Bréfritari: Þórarinn Stefánsson
Dagsetning: A-1933-06-30
Skrifað á: Vesturheimi

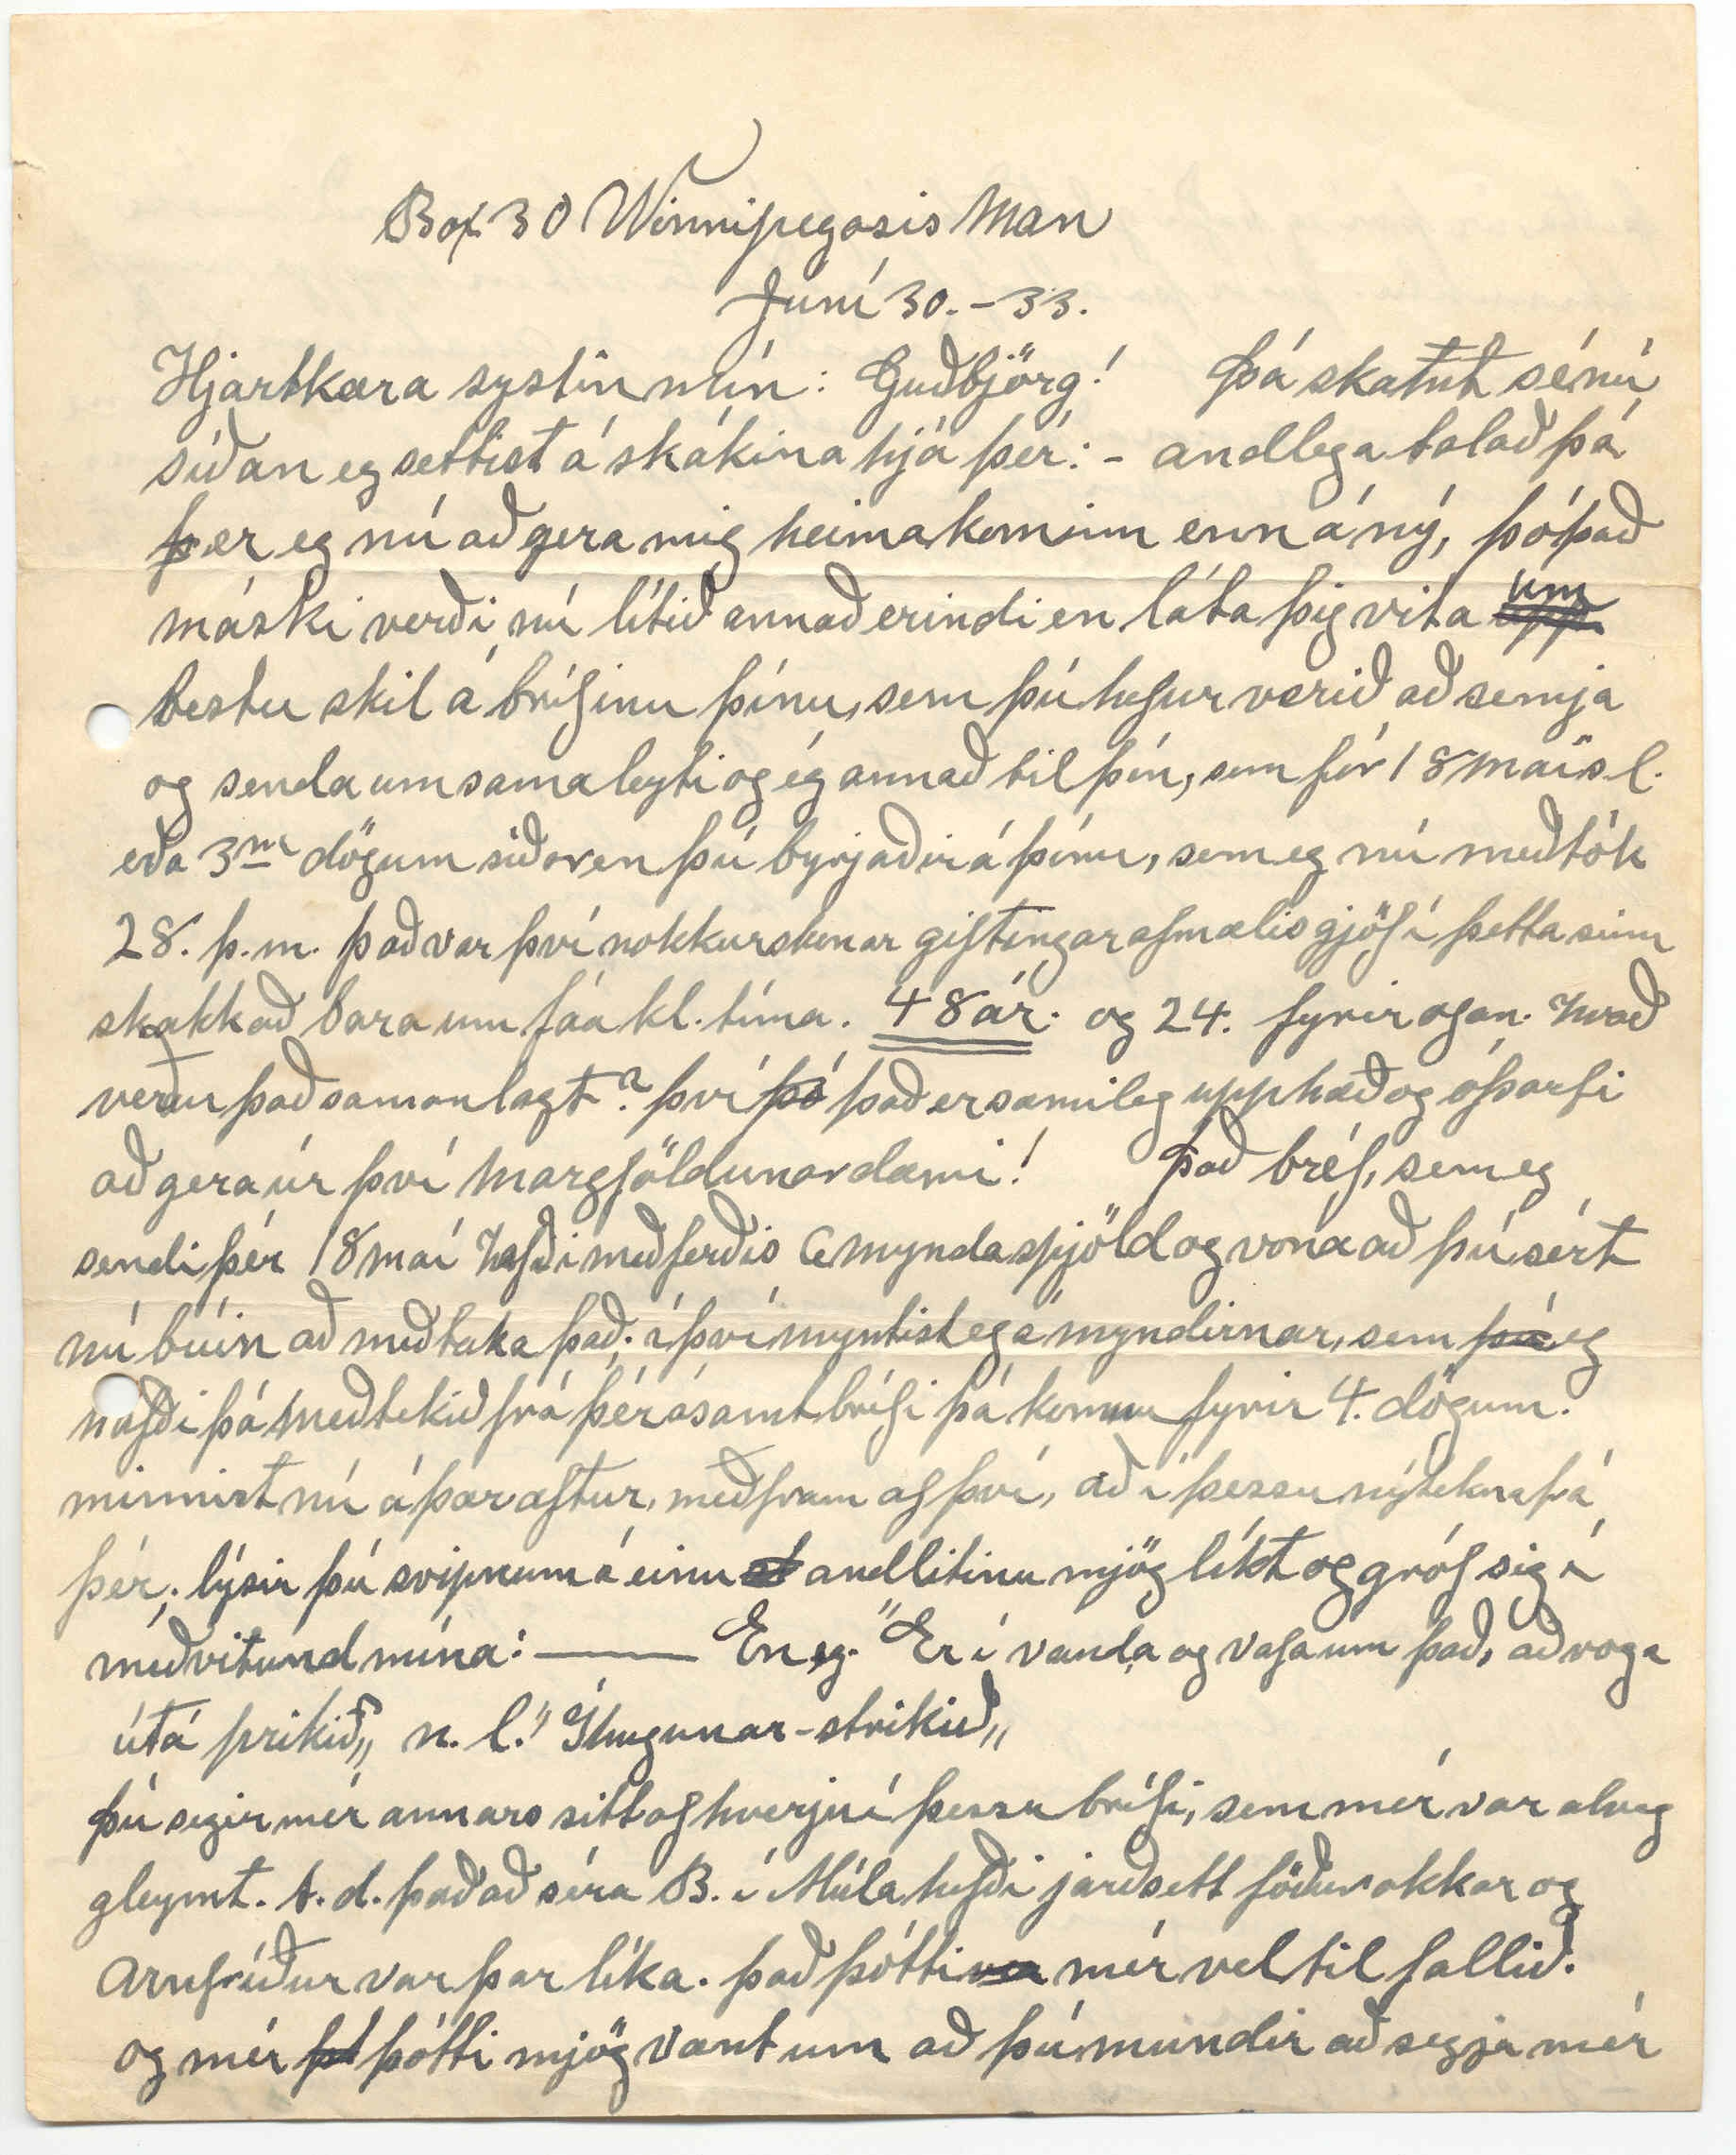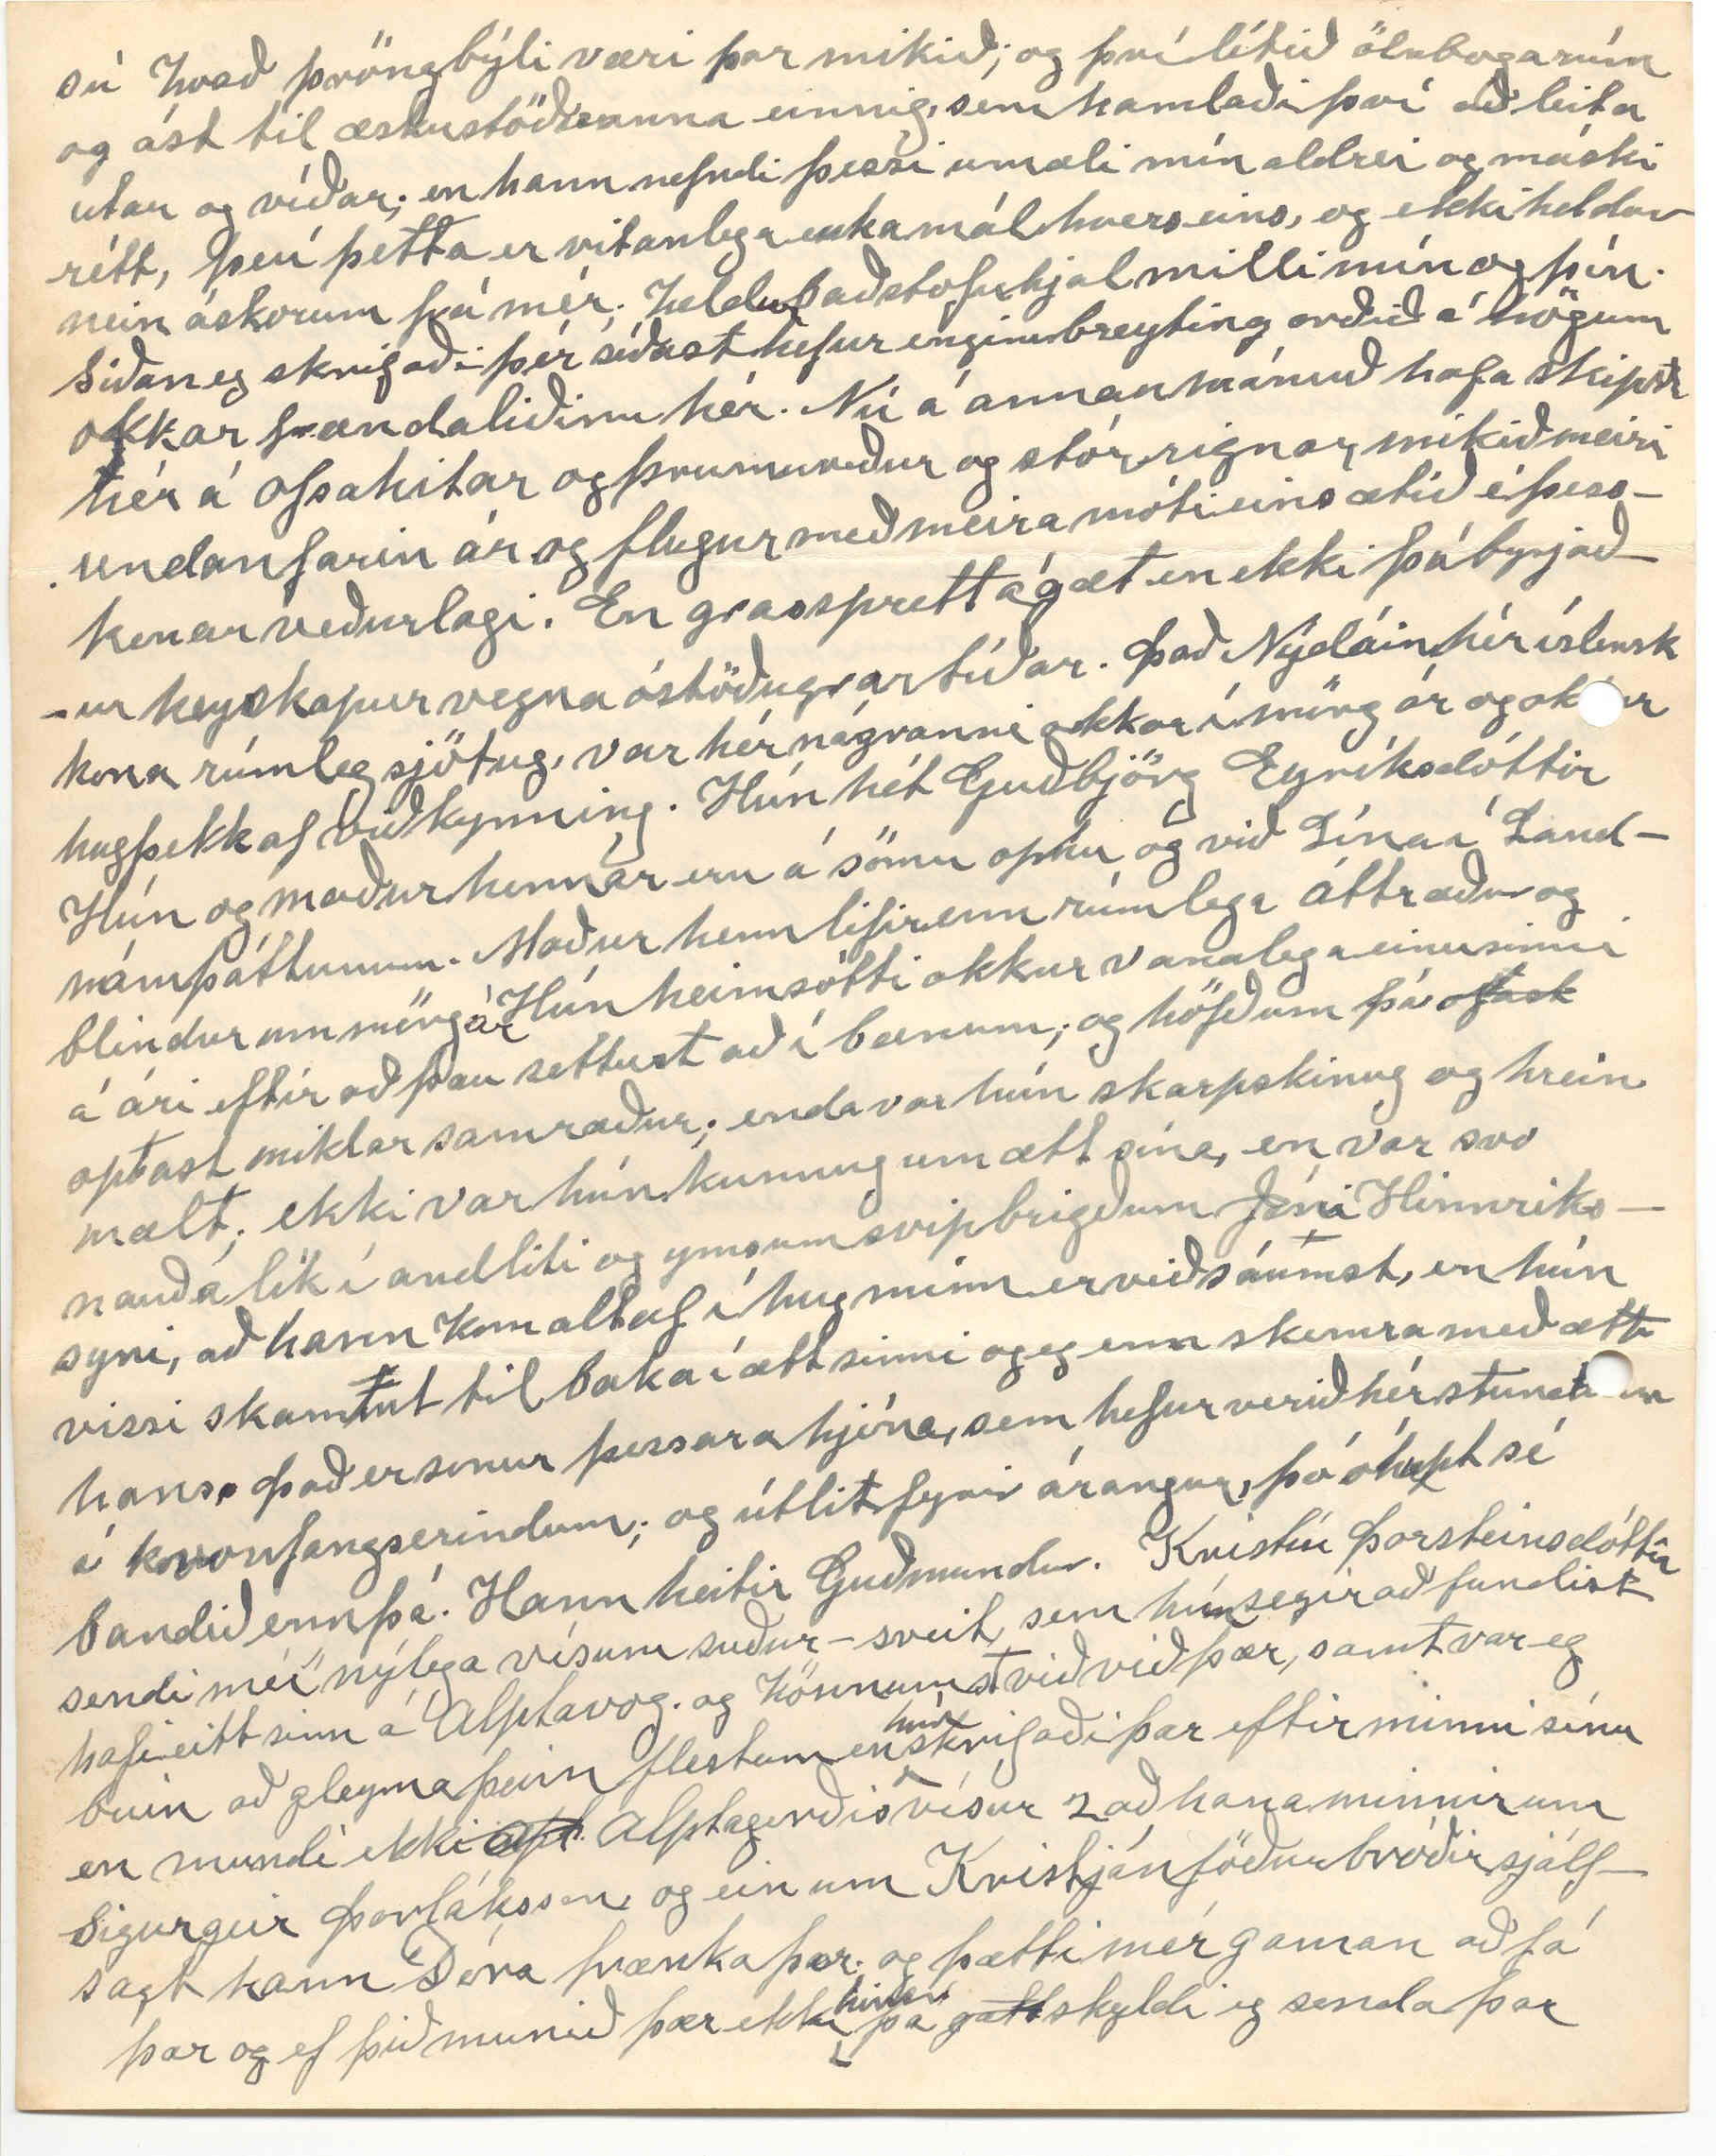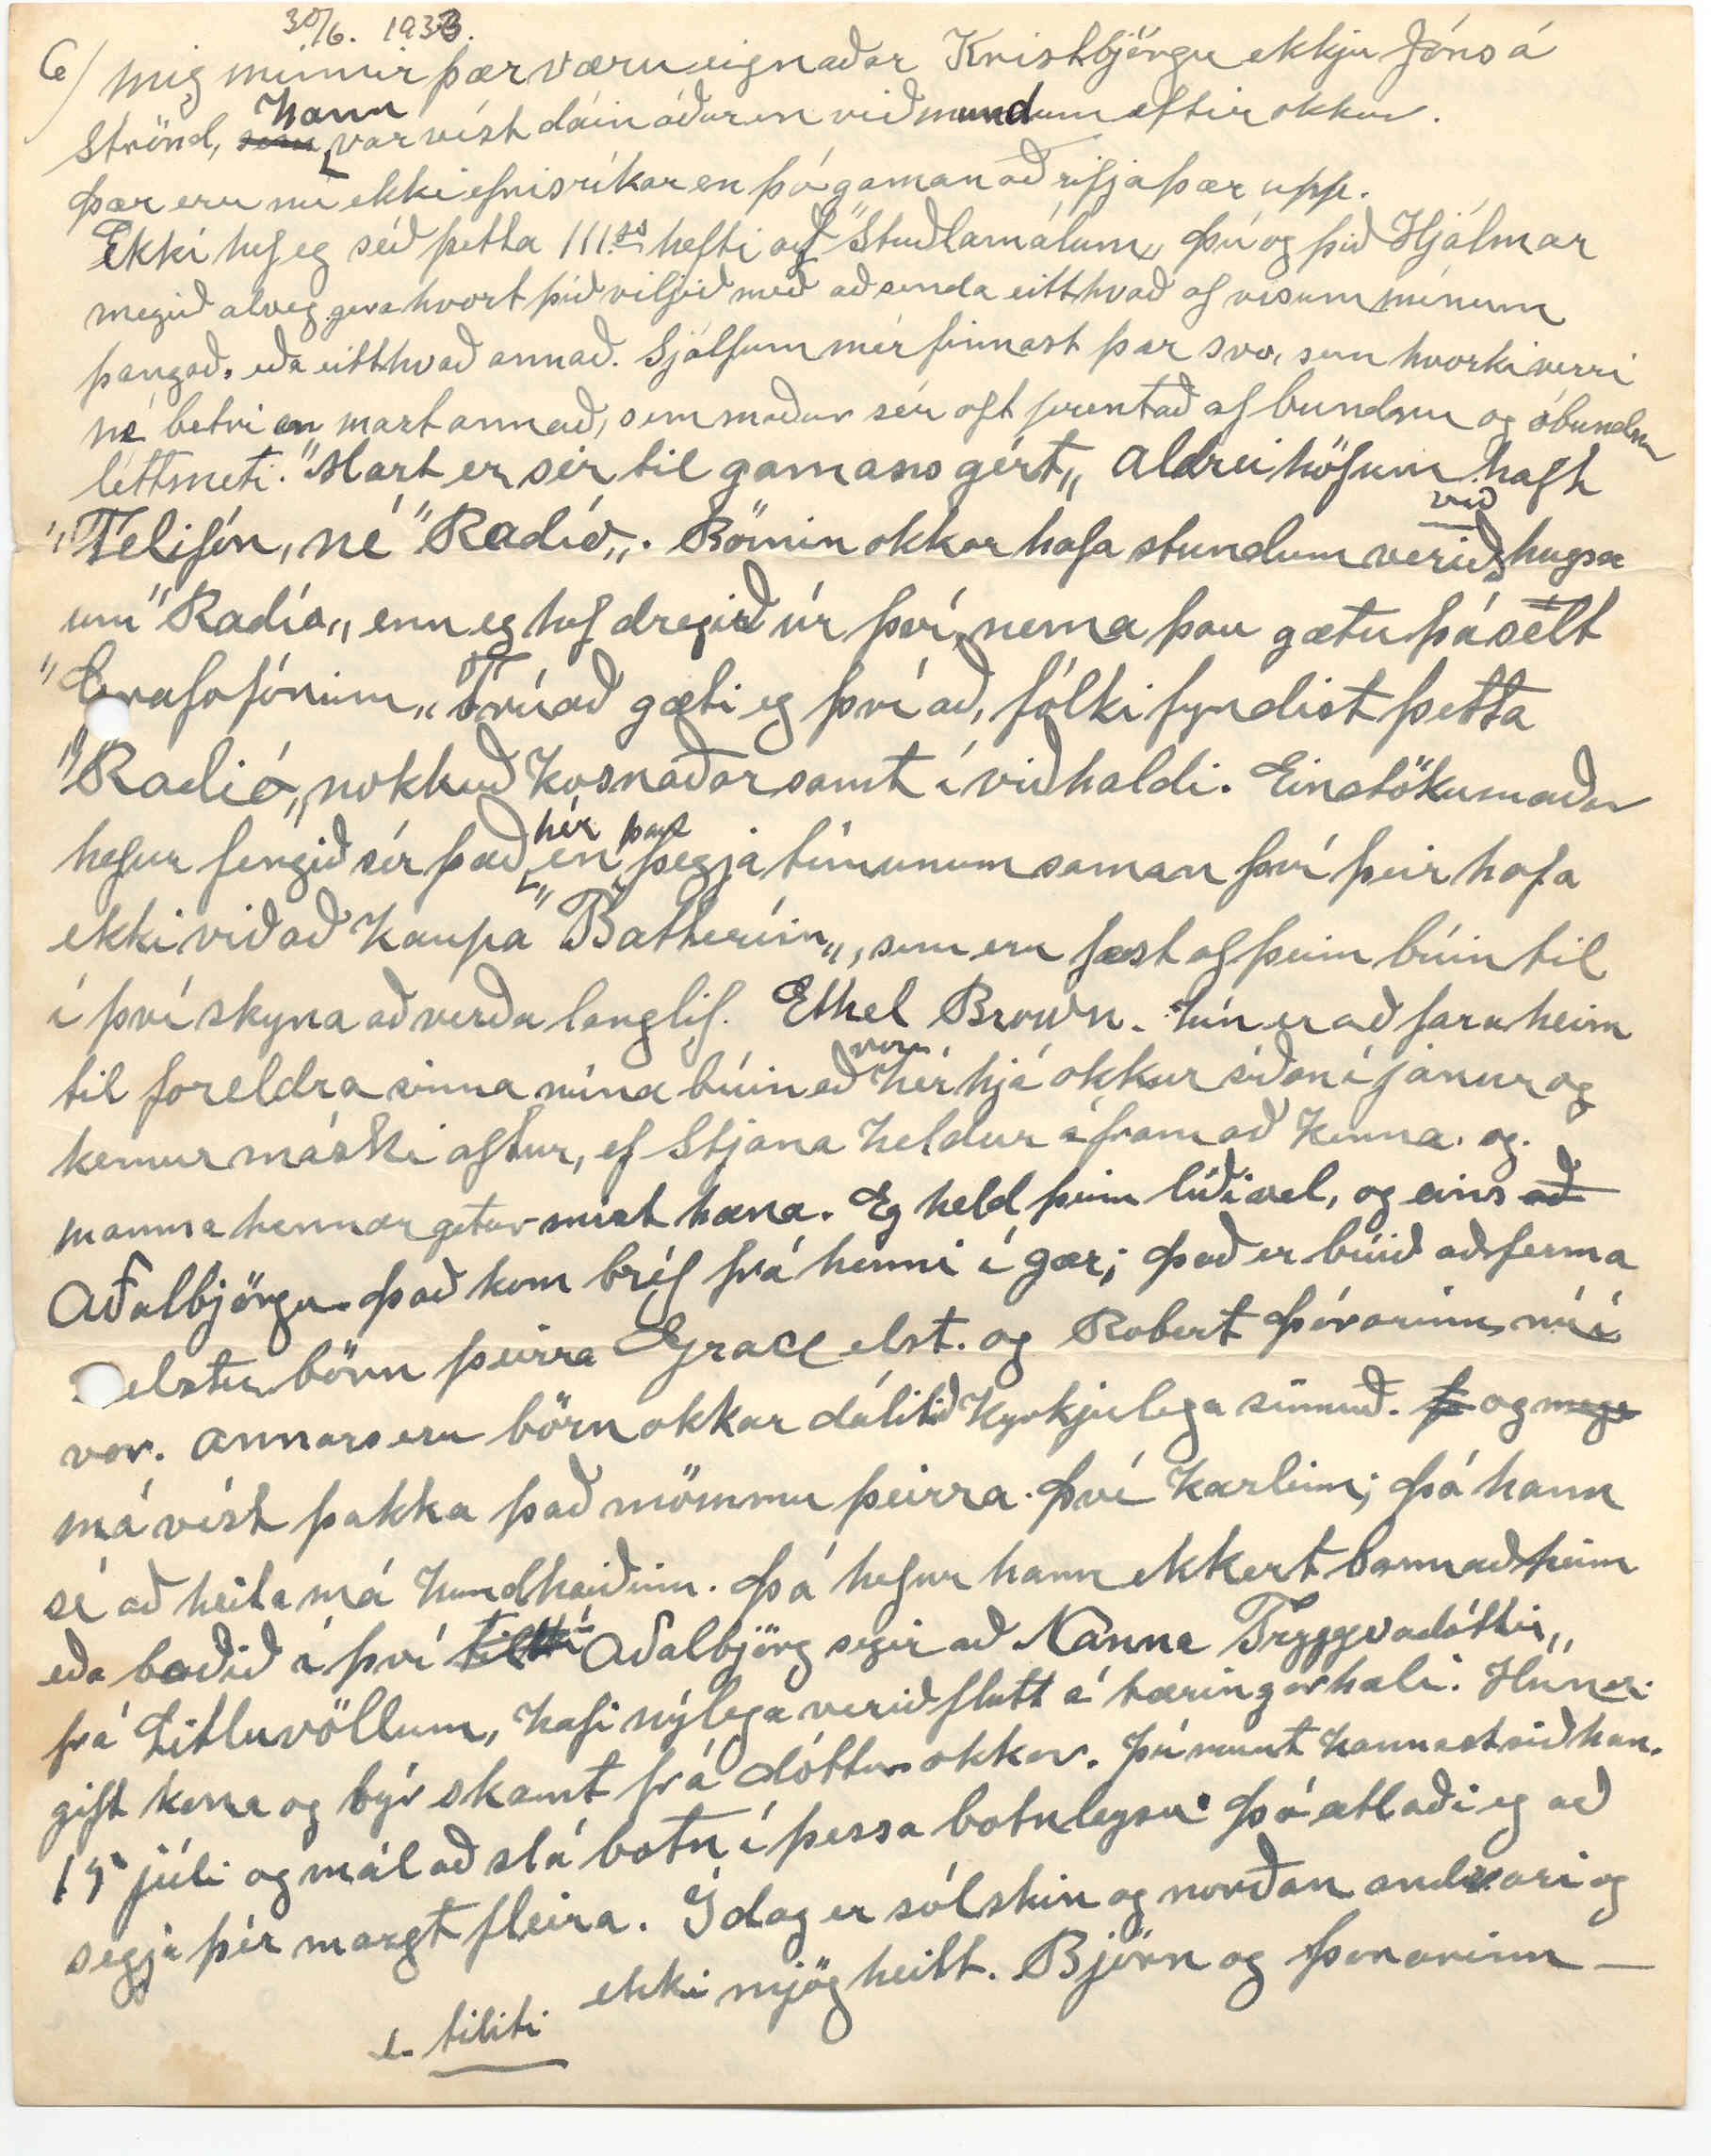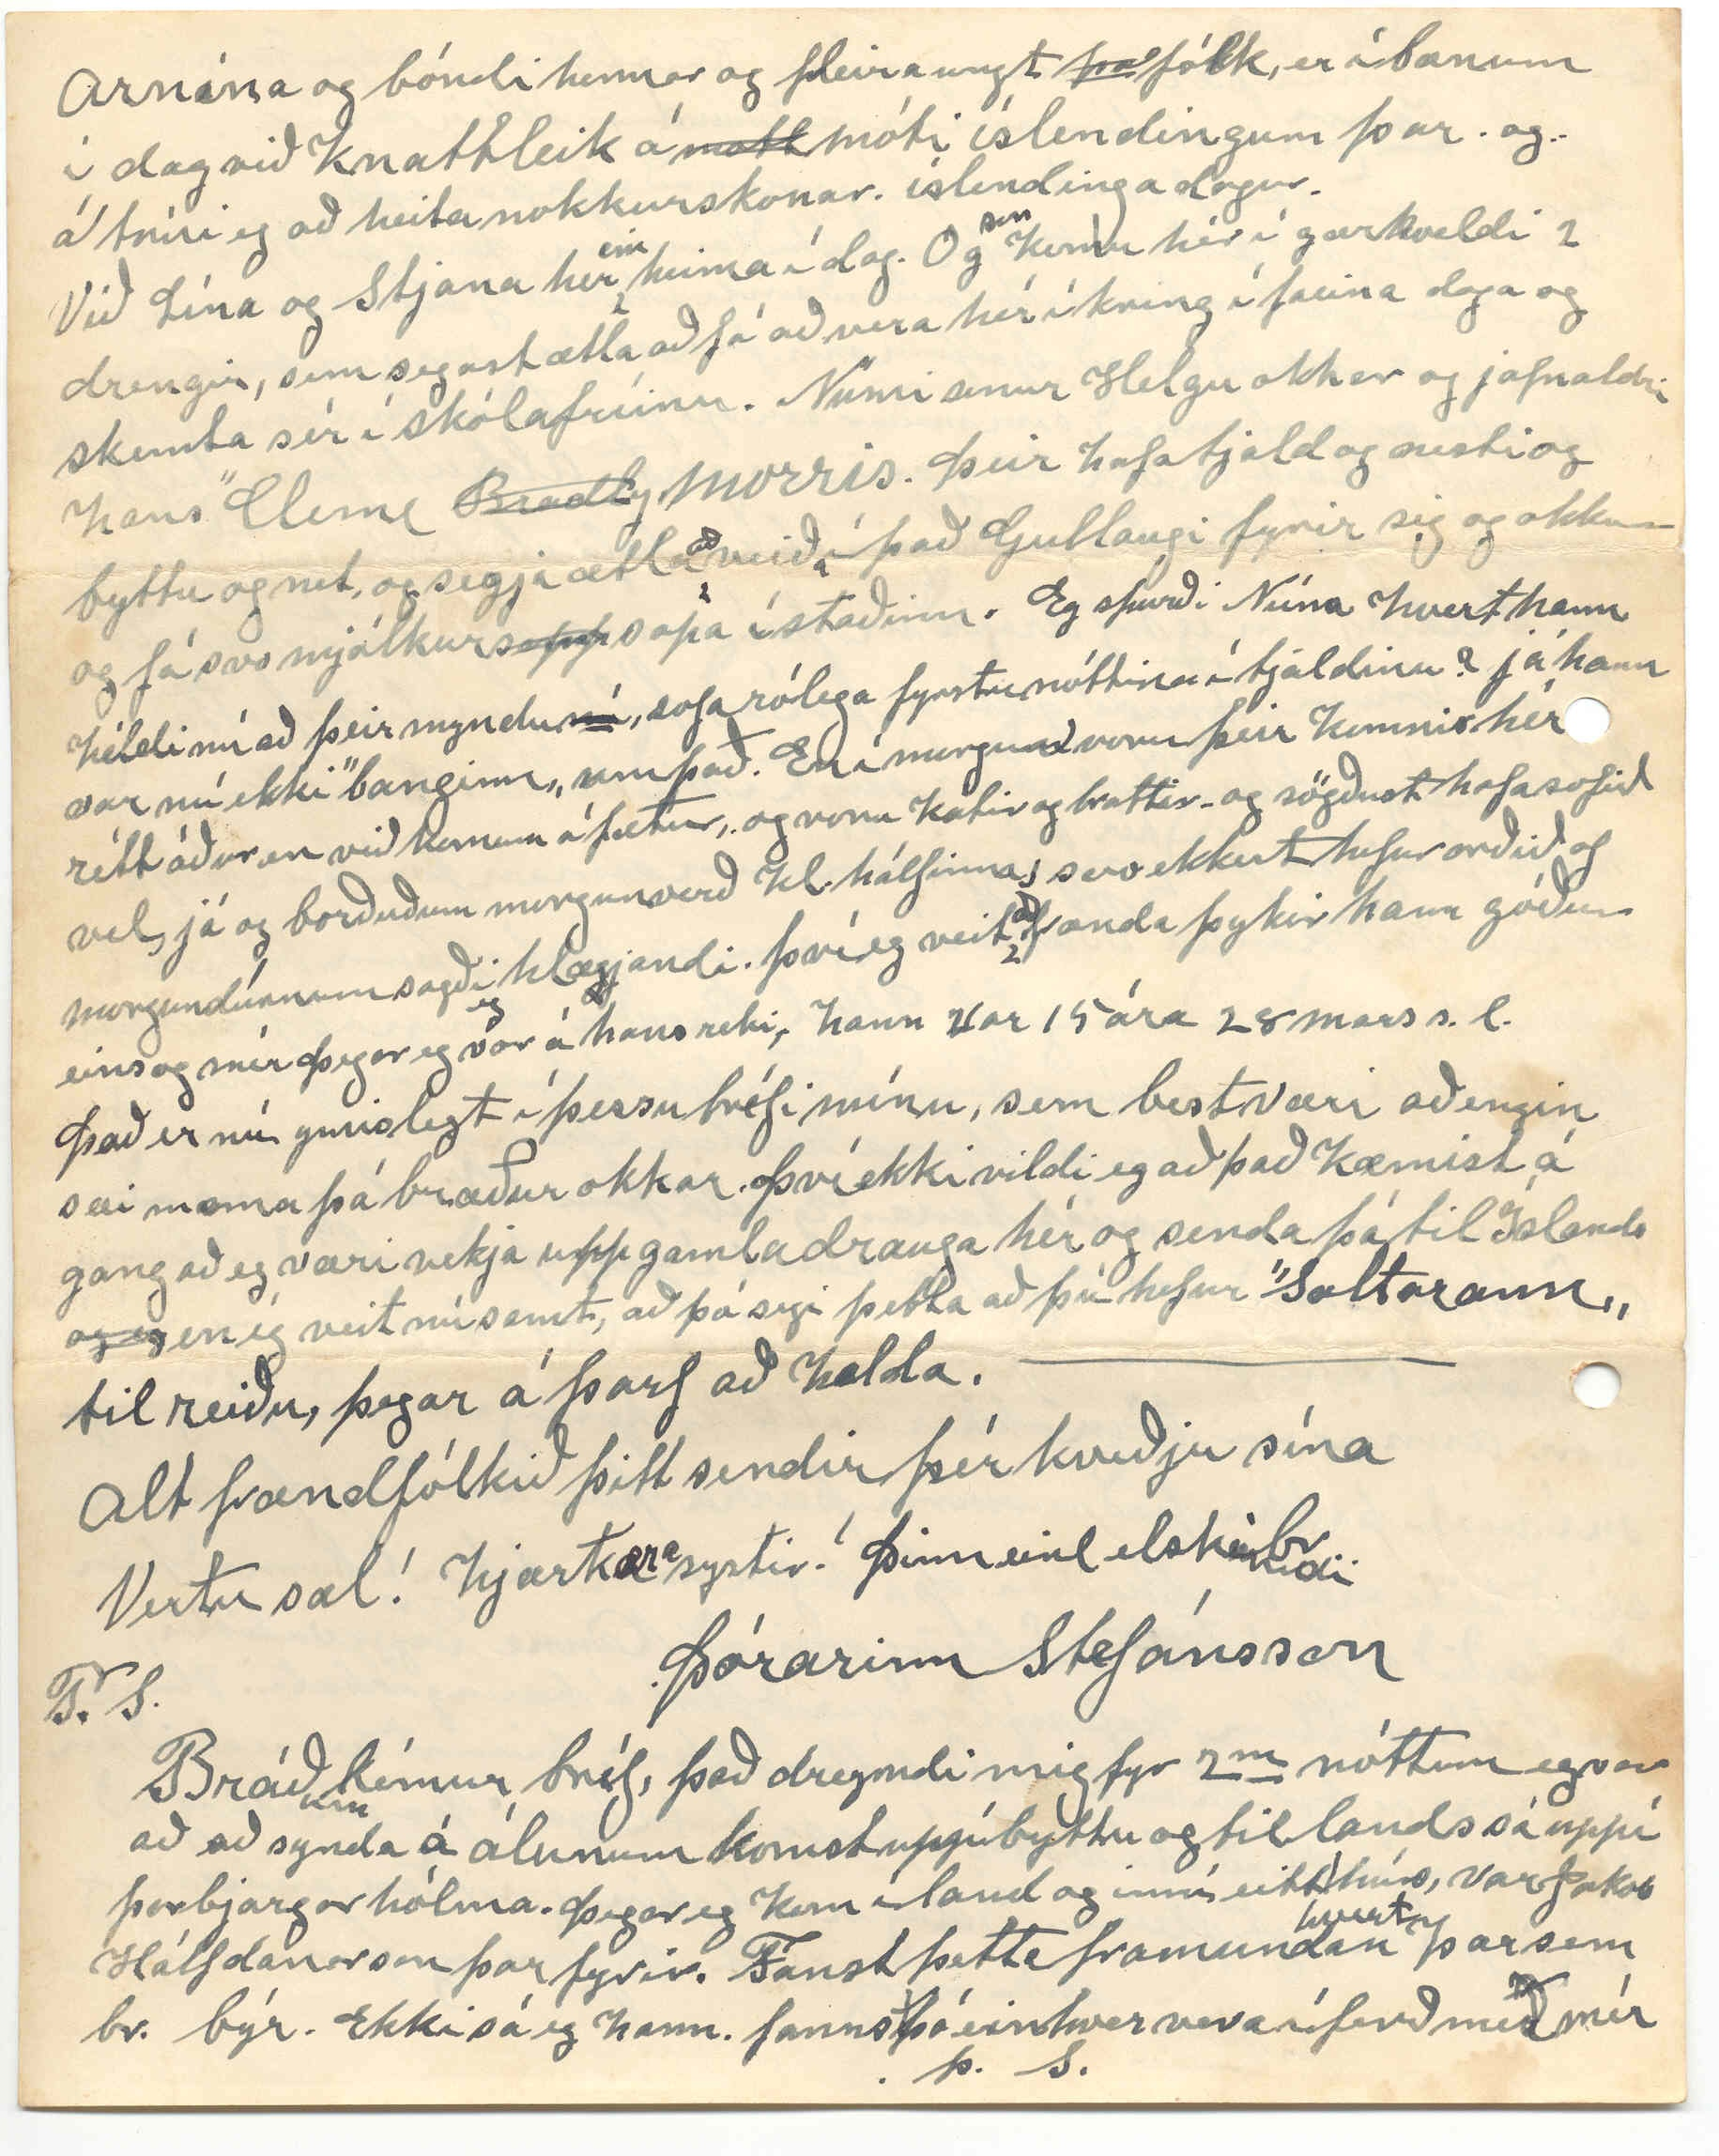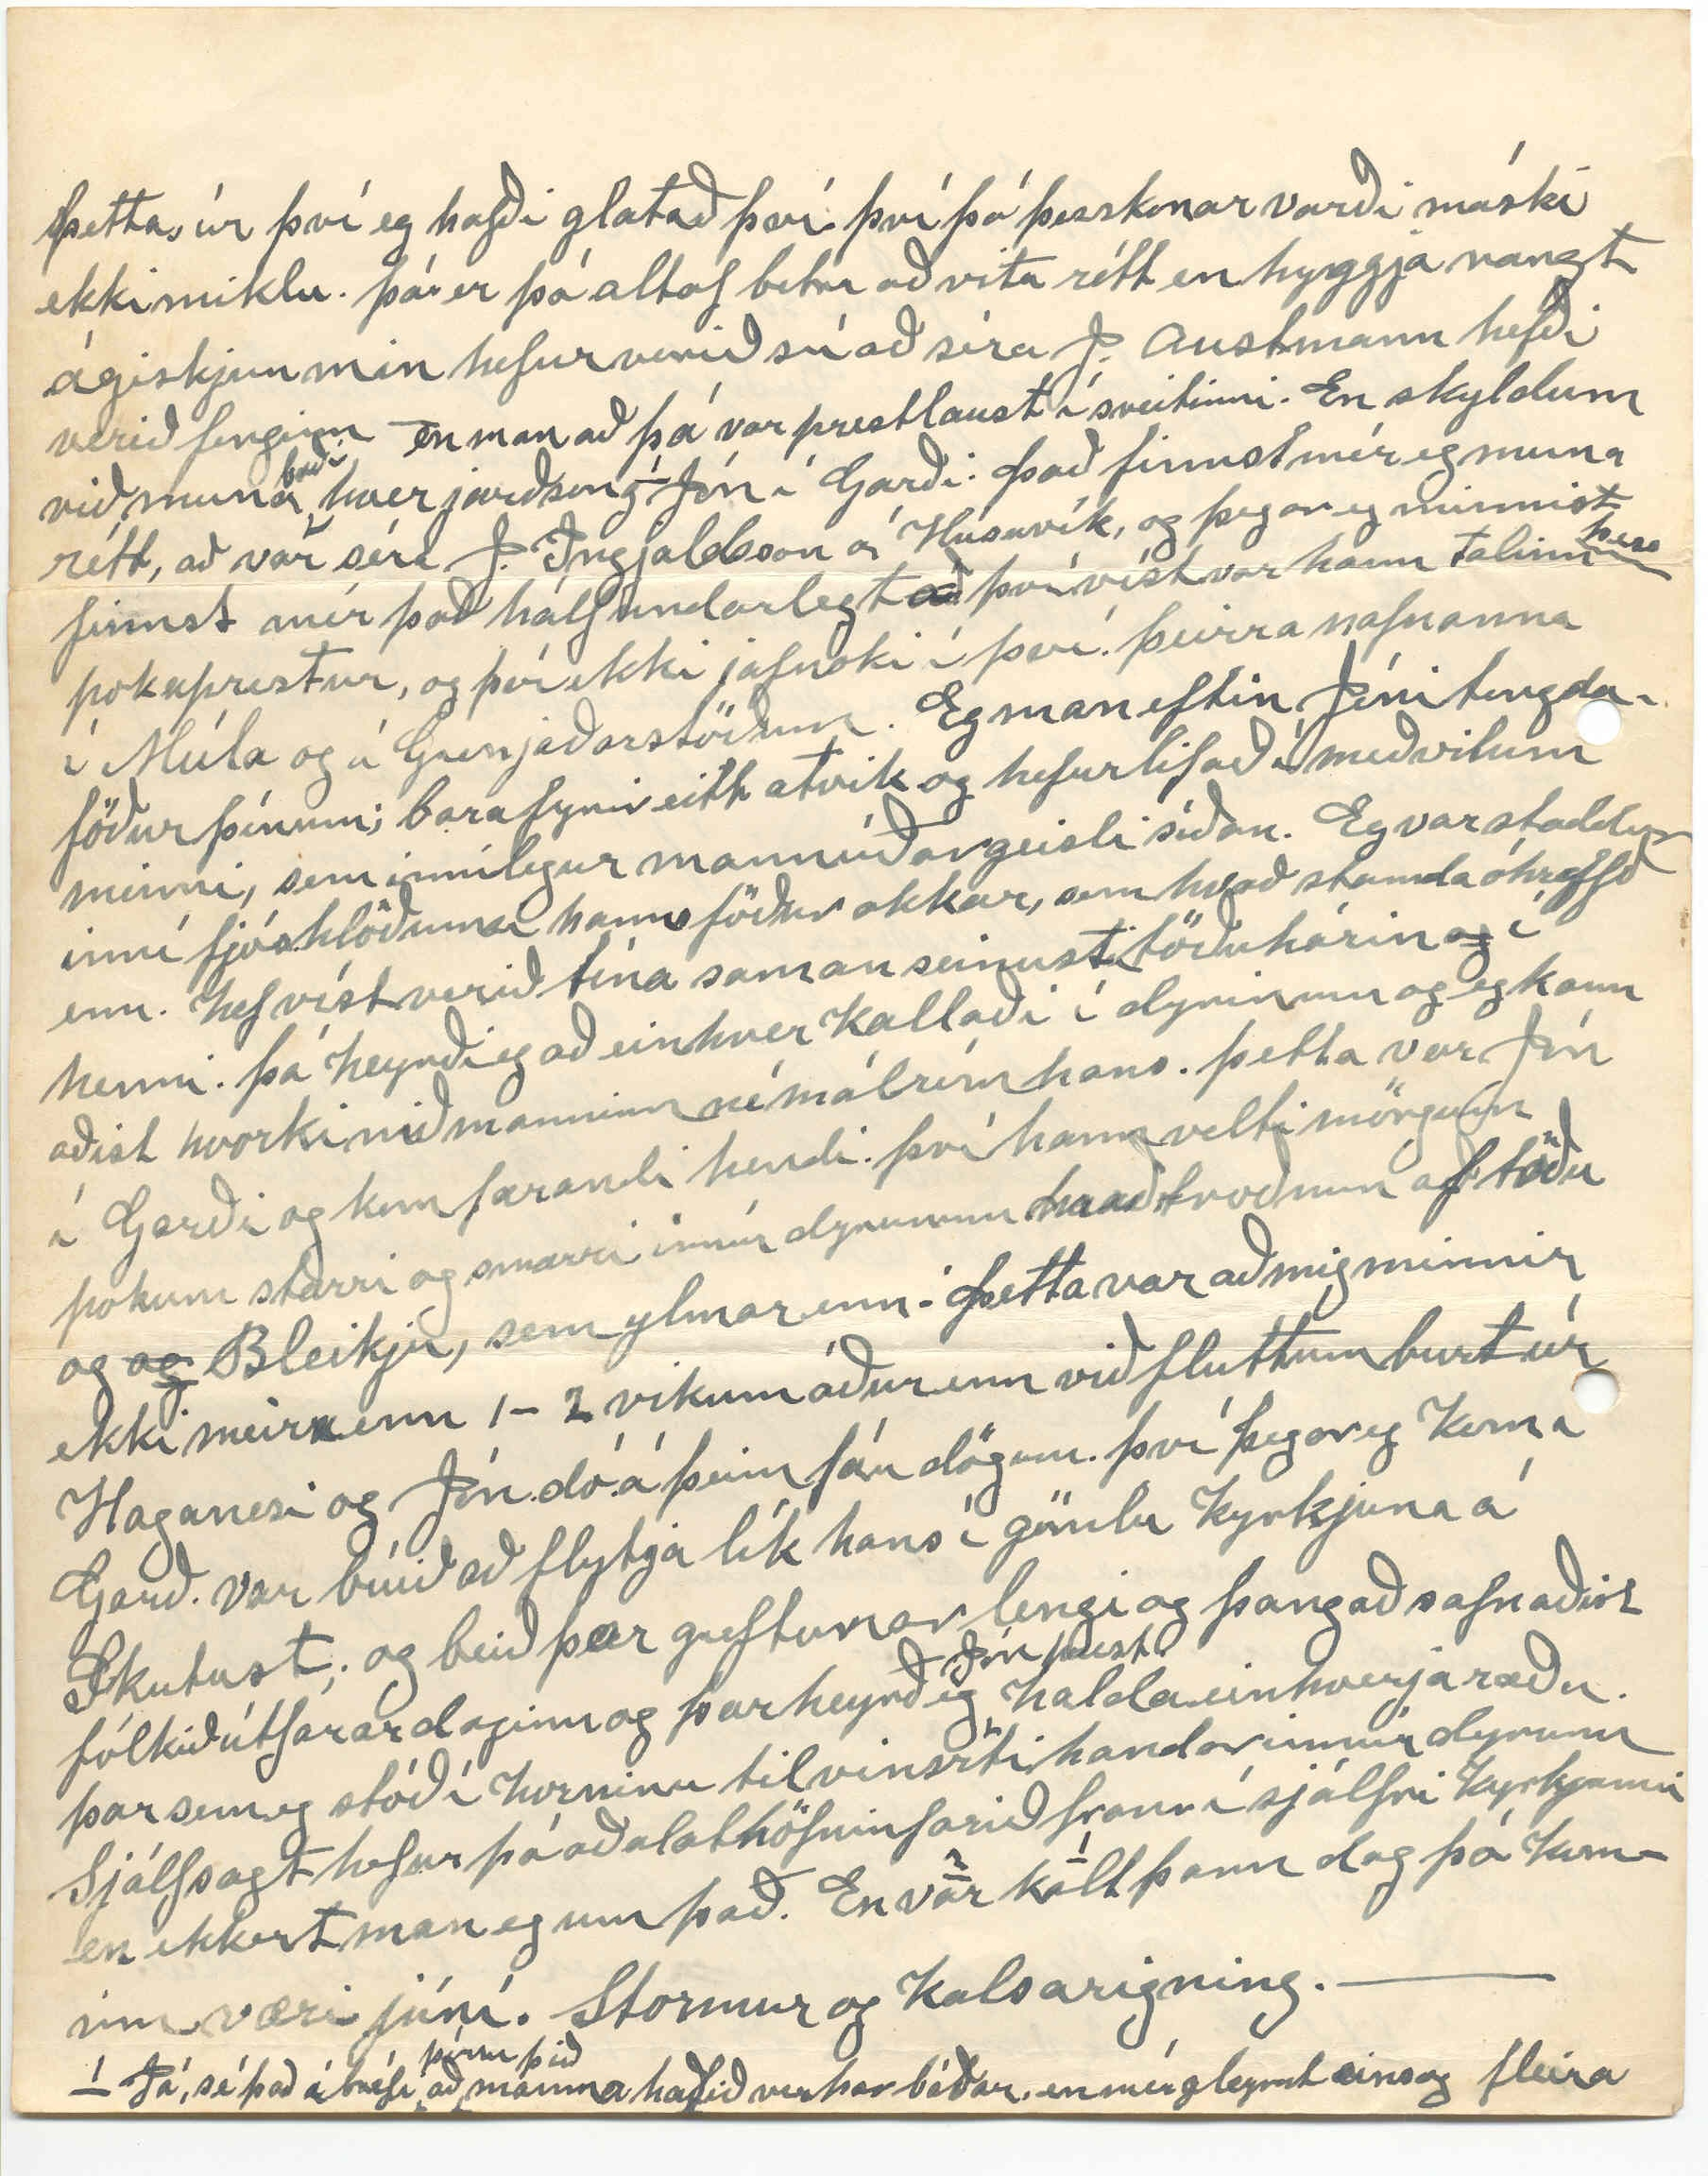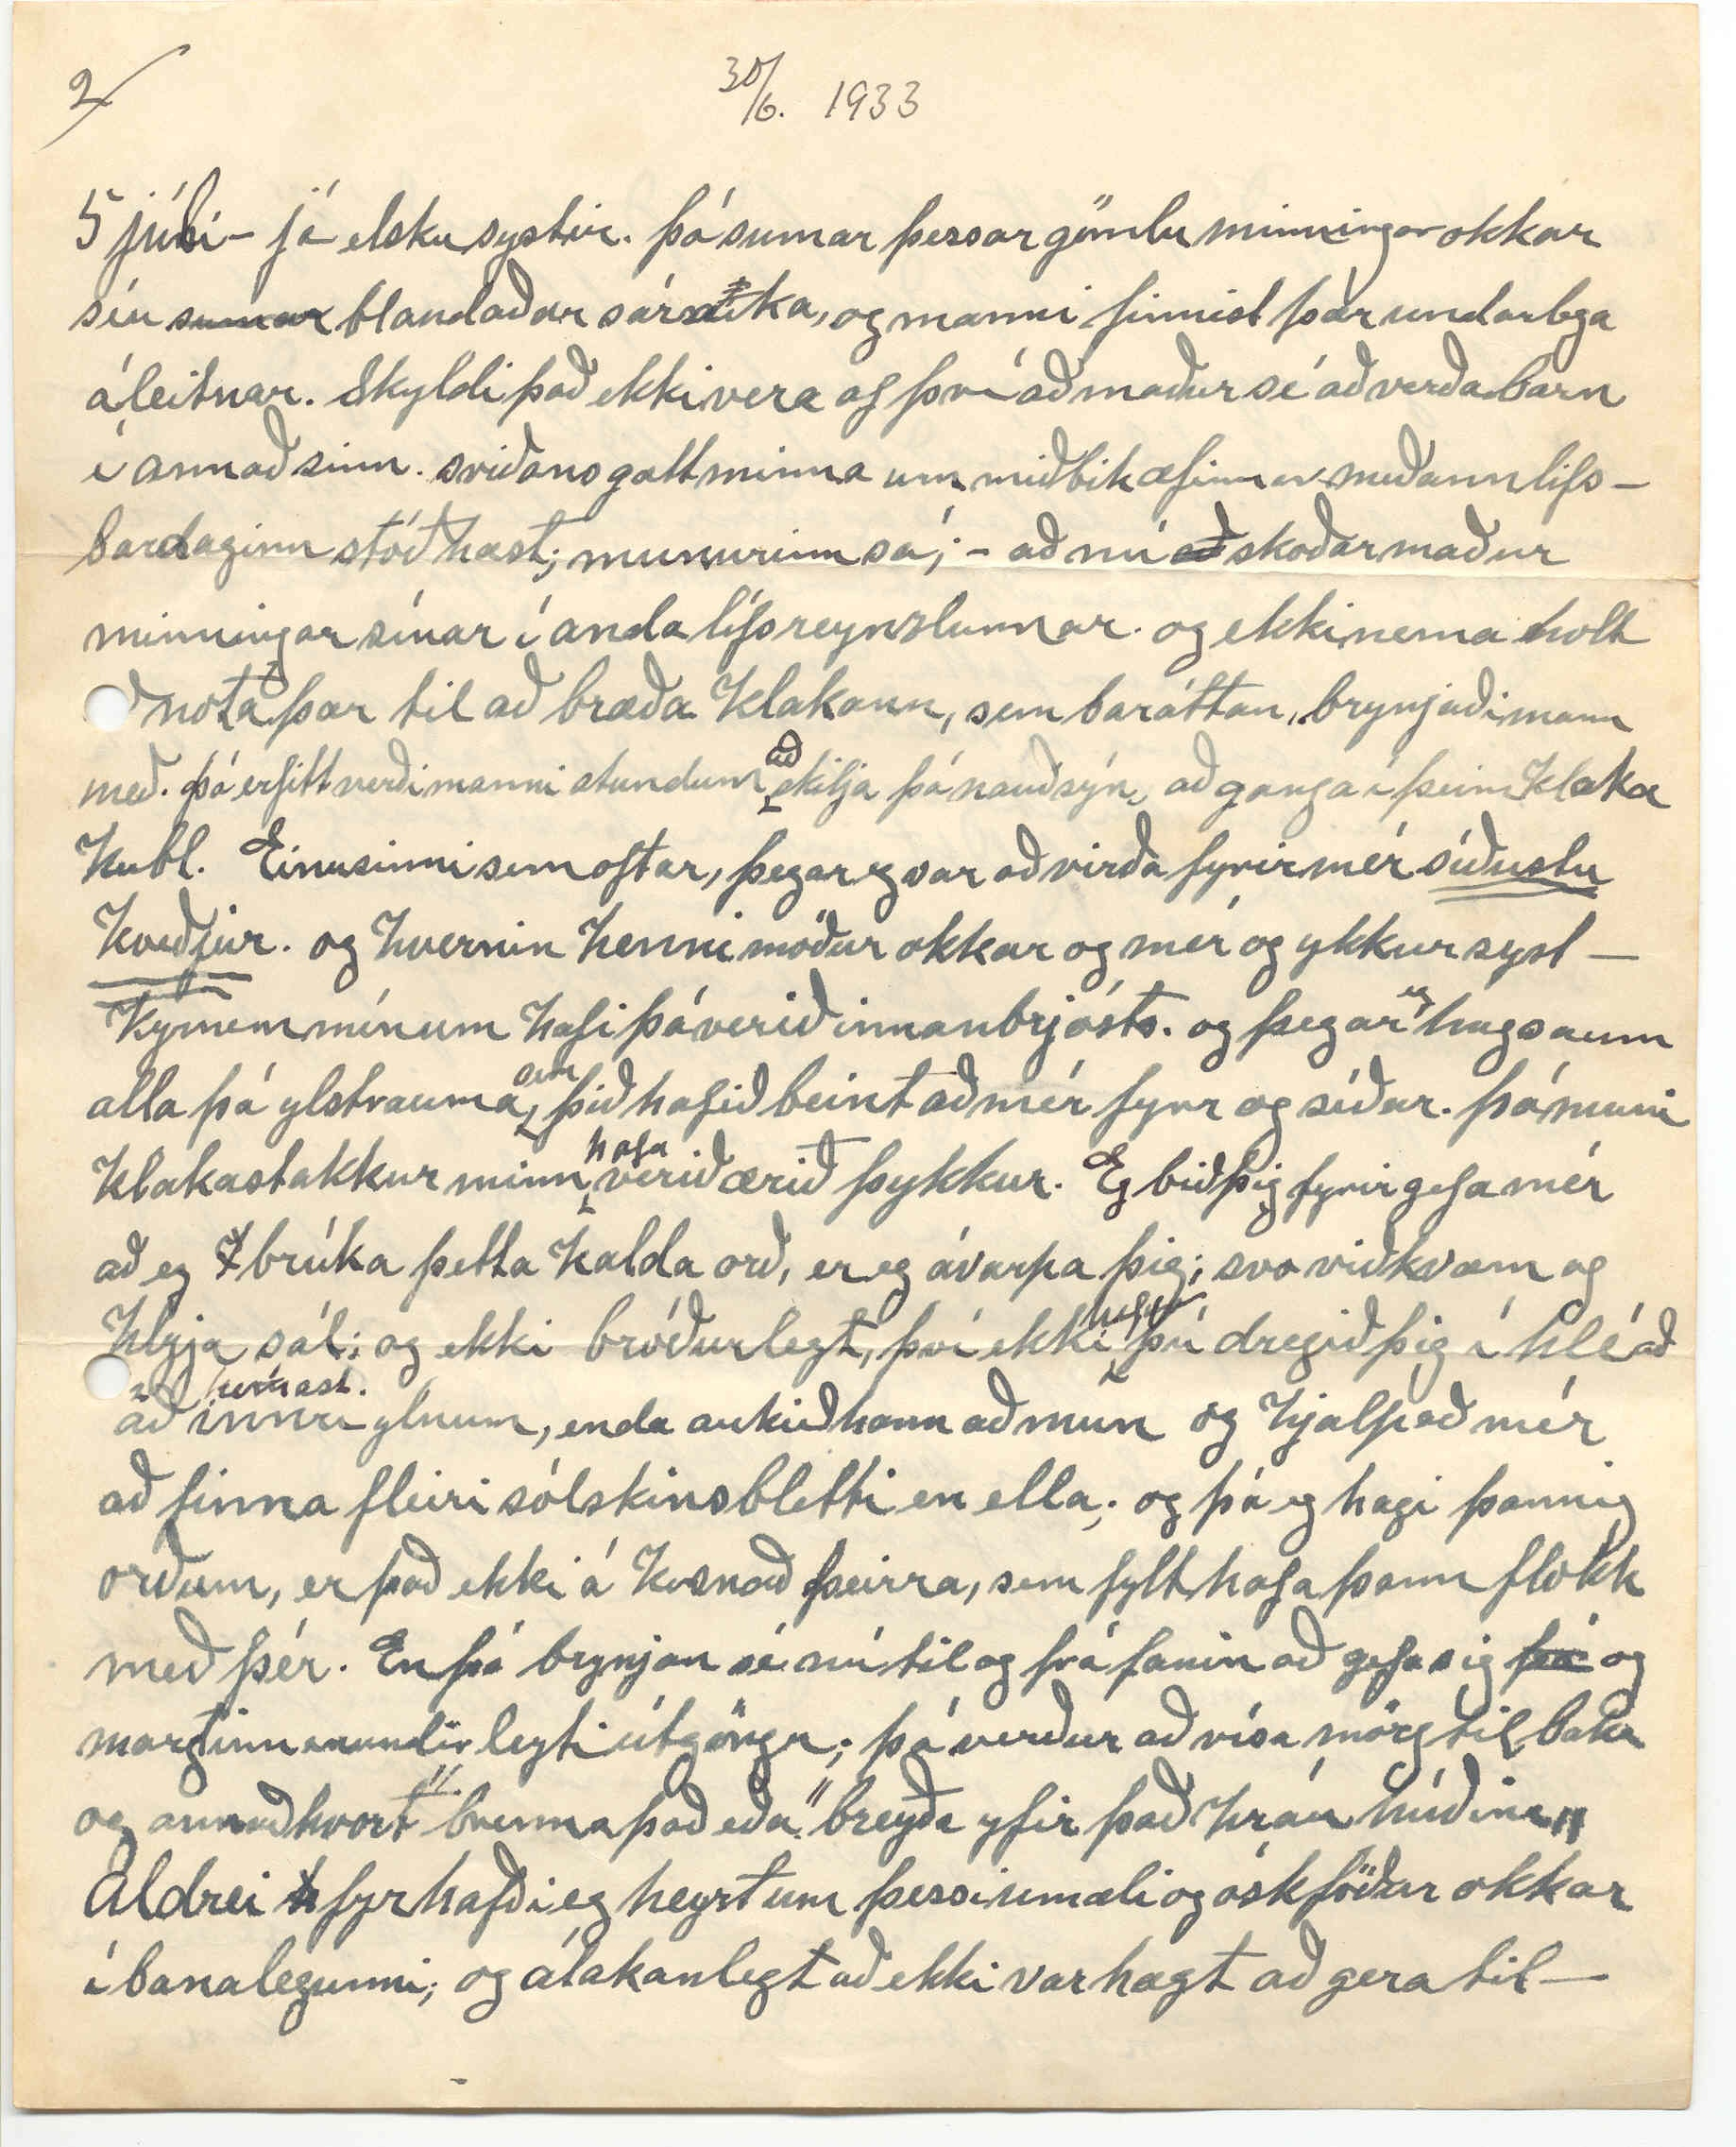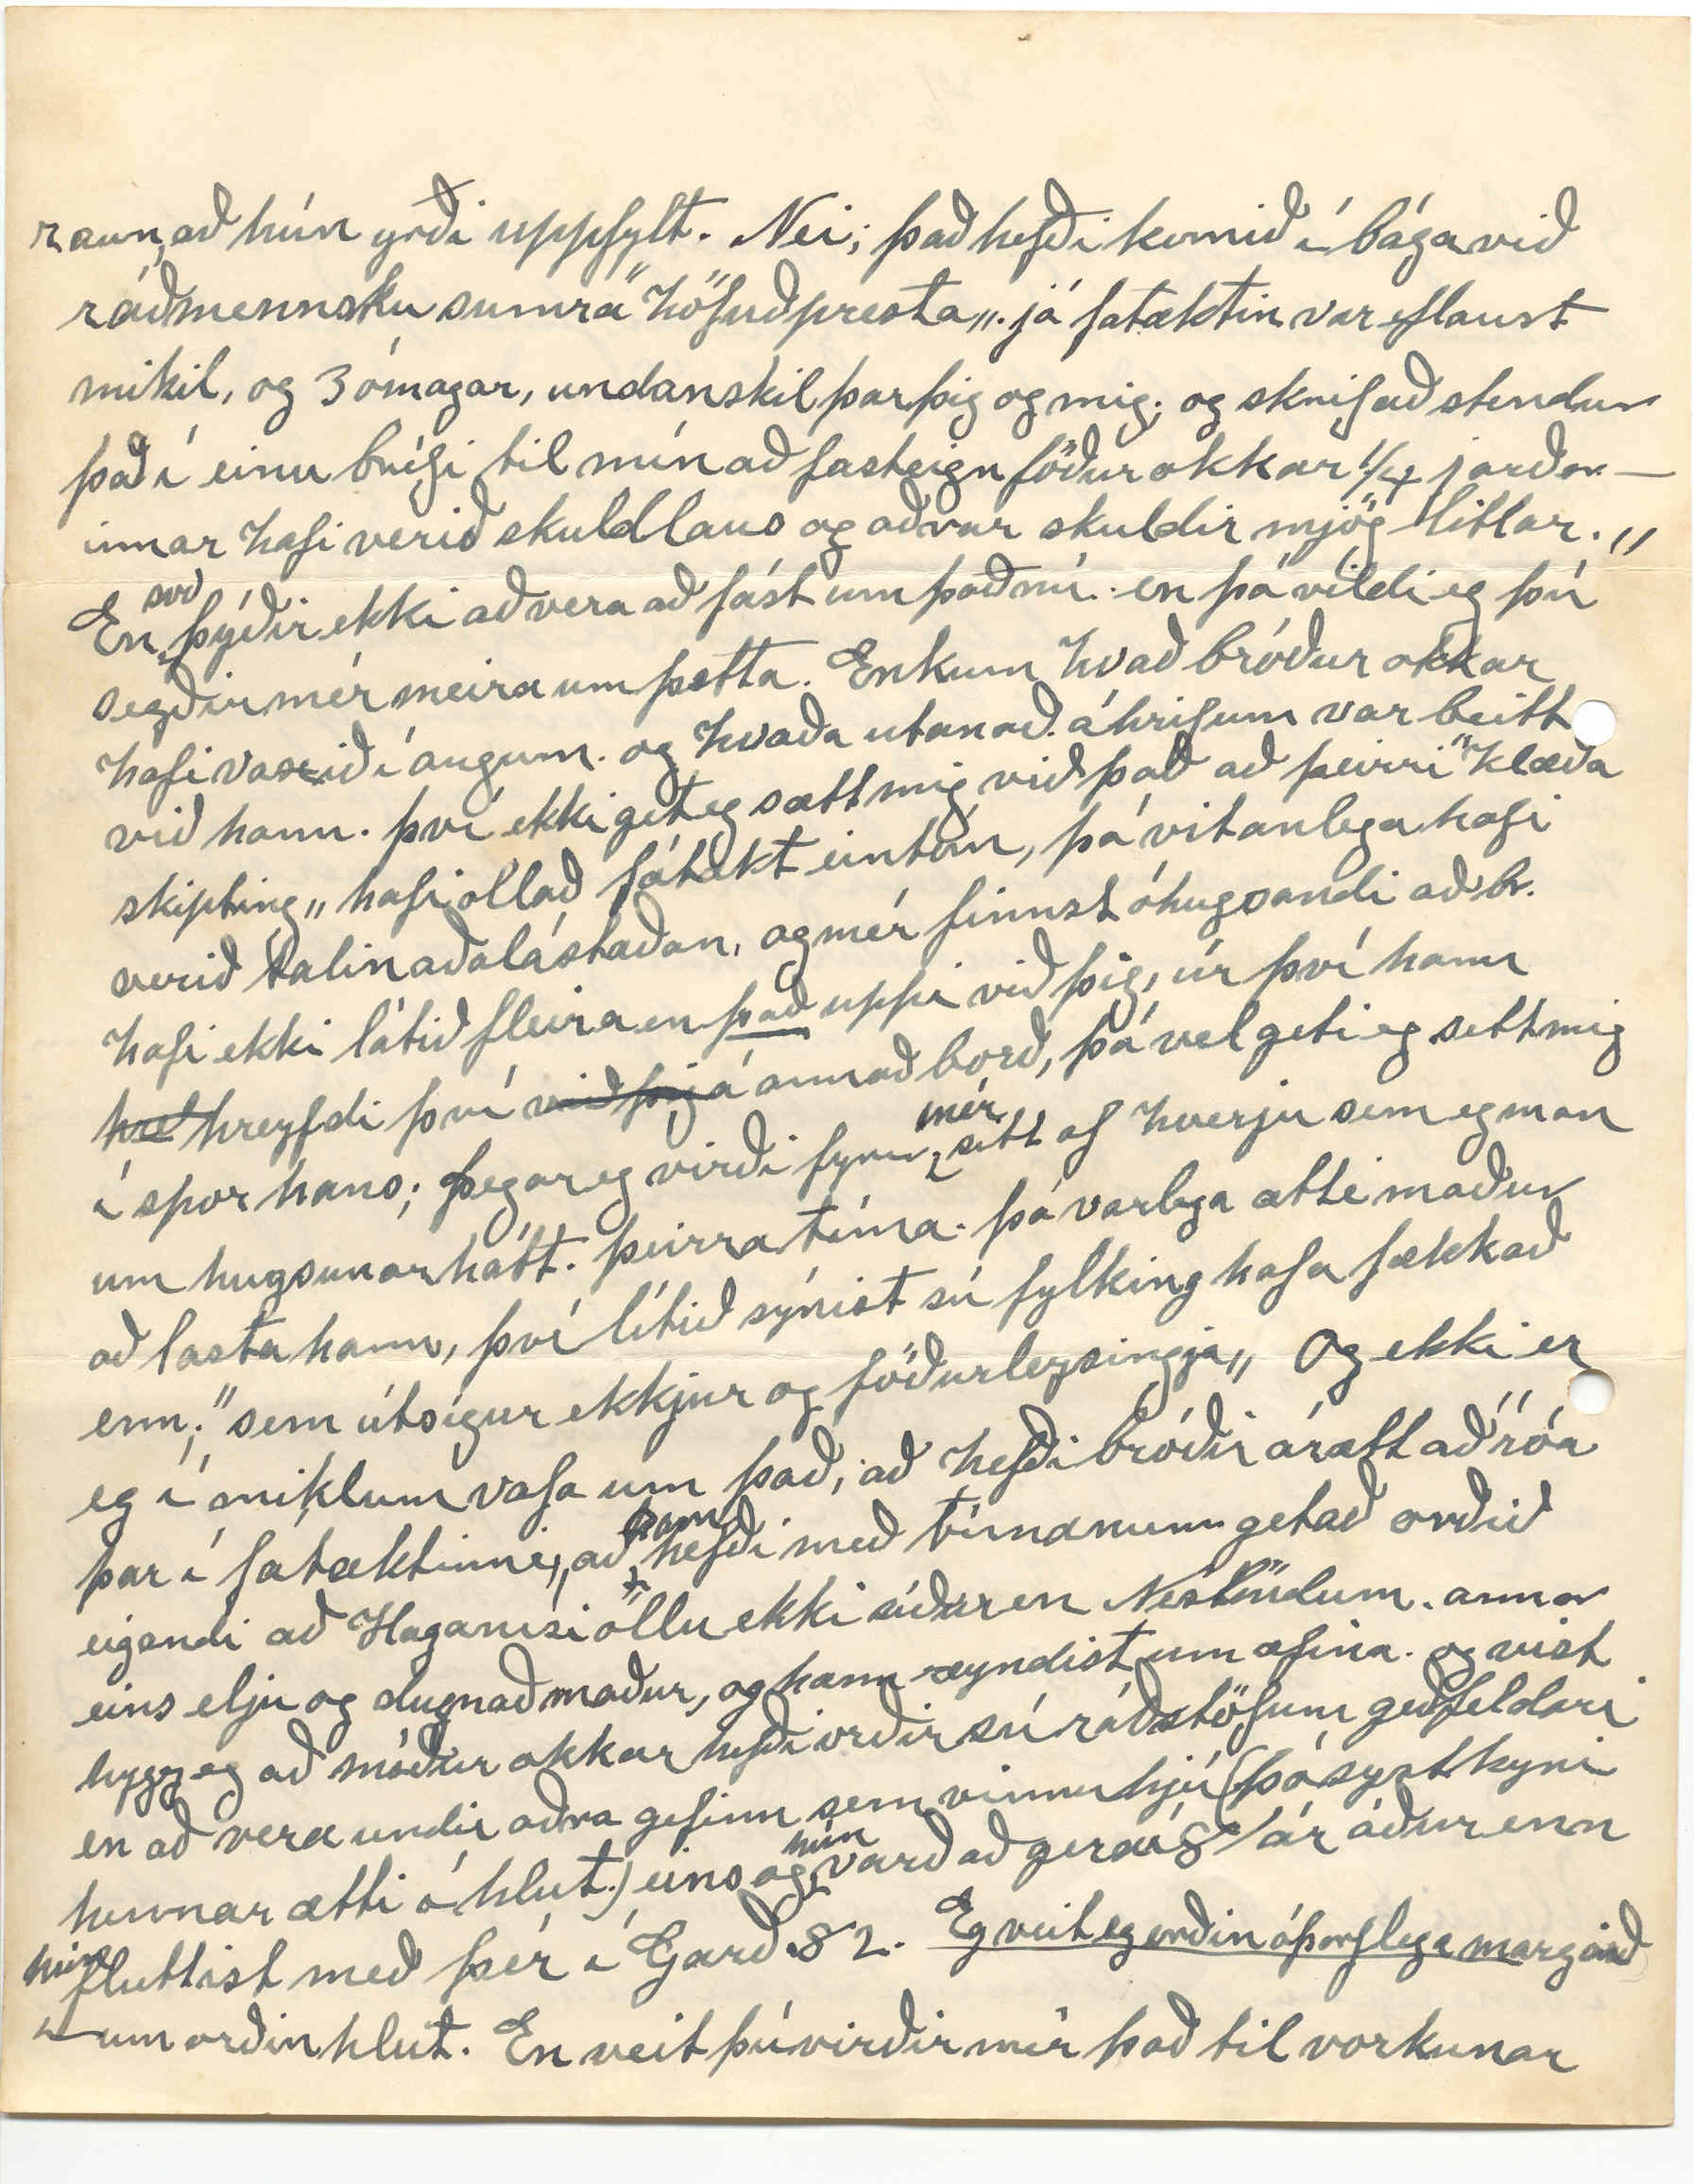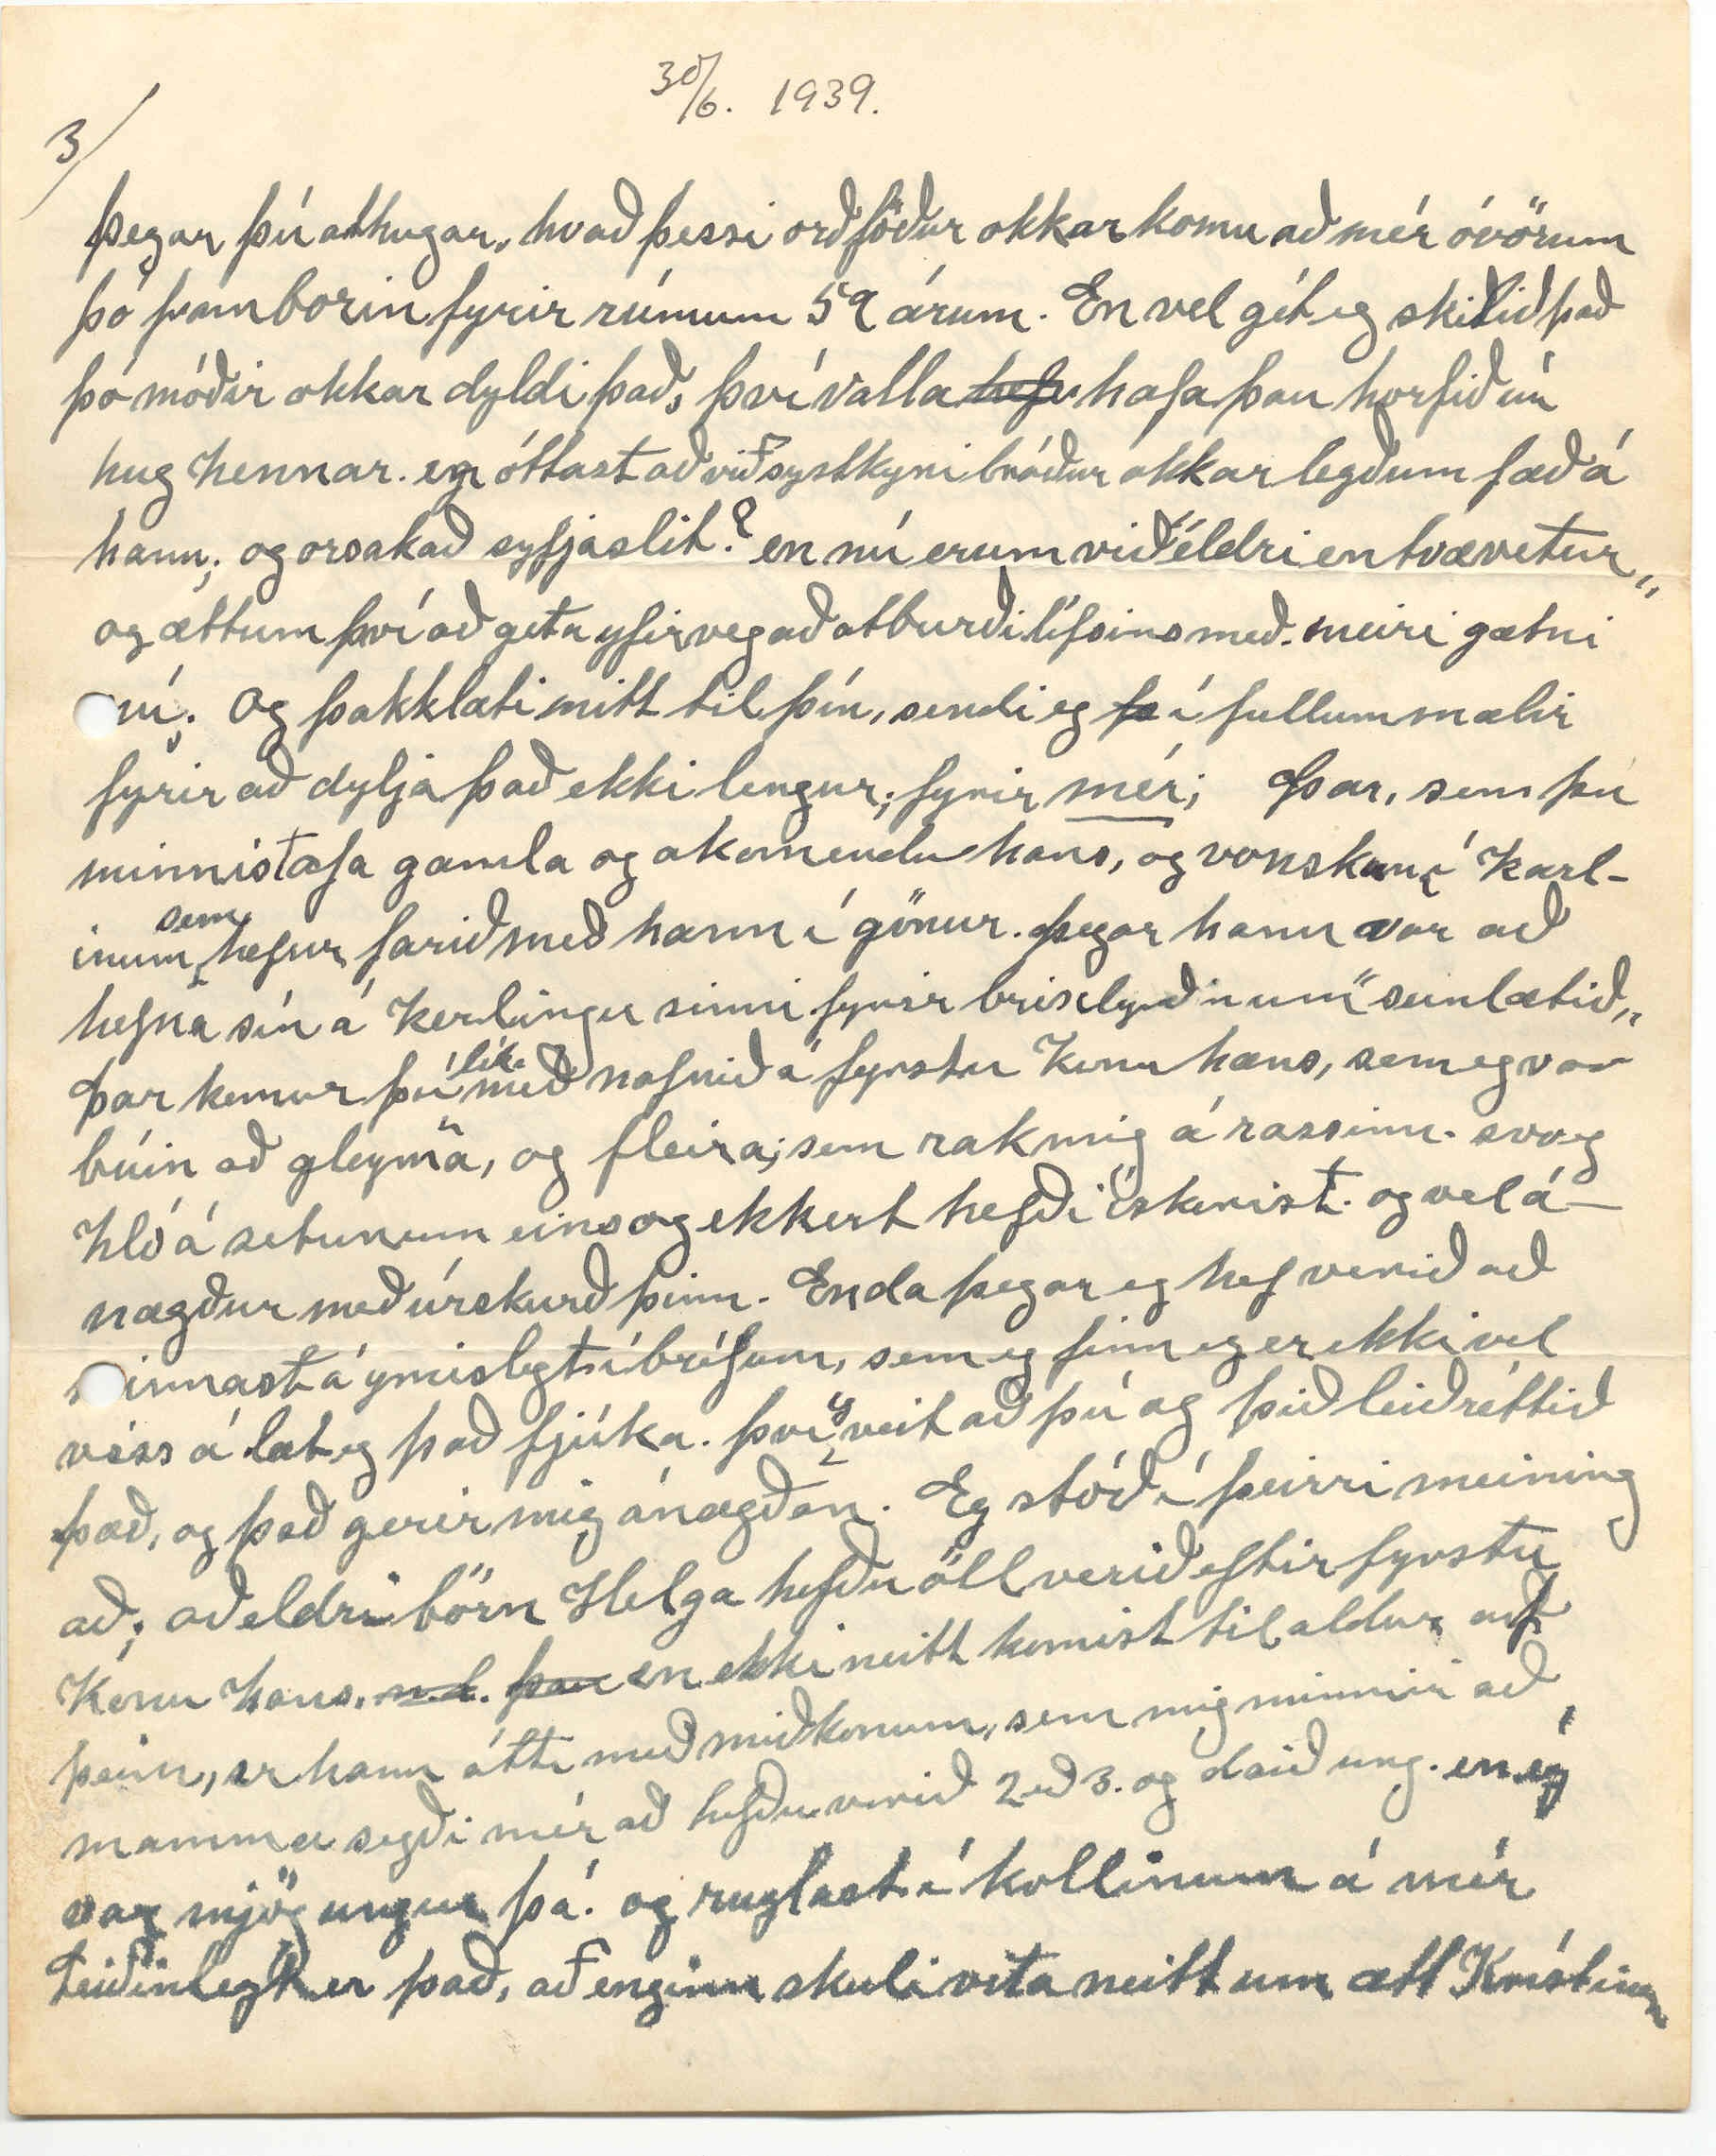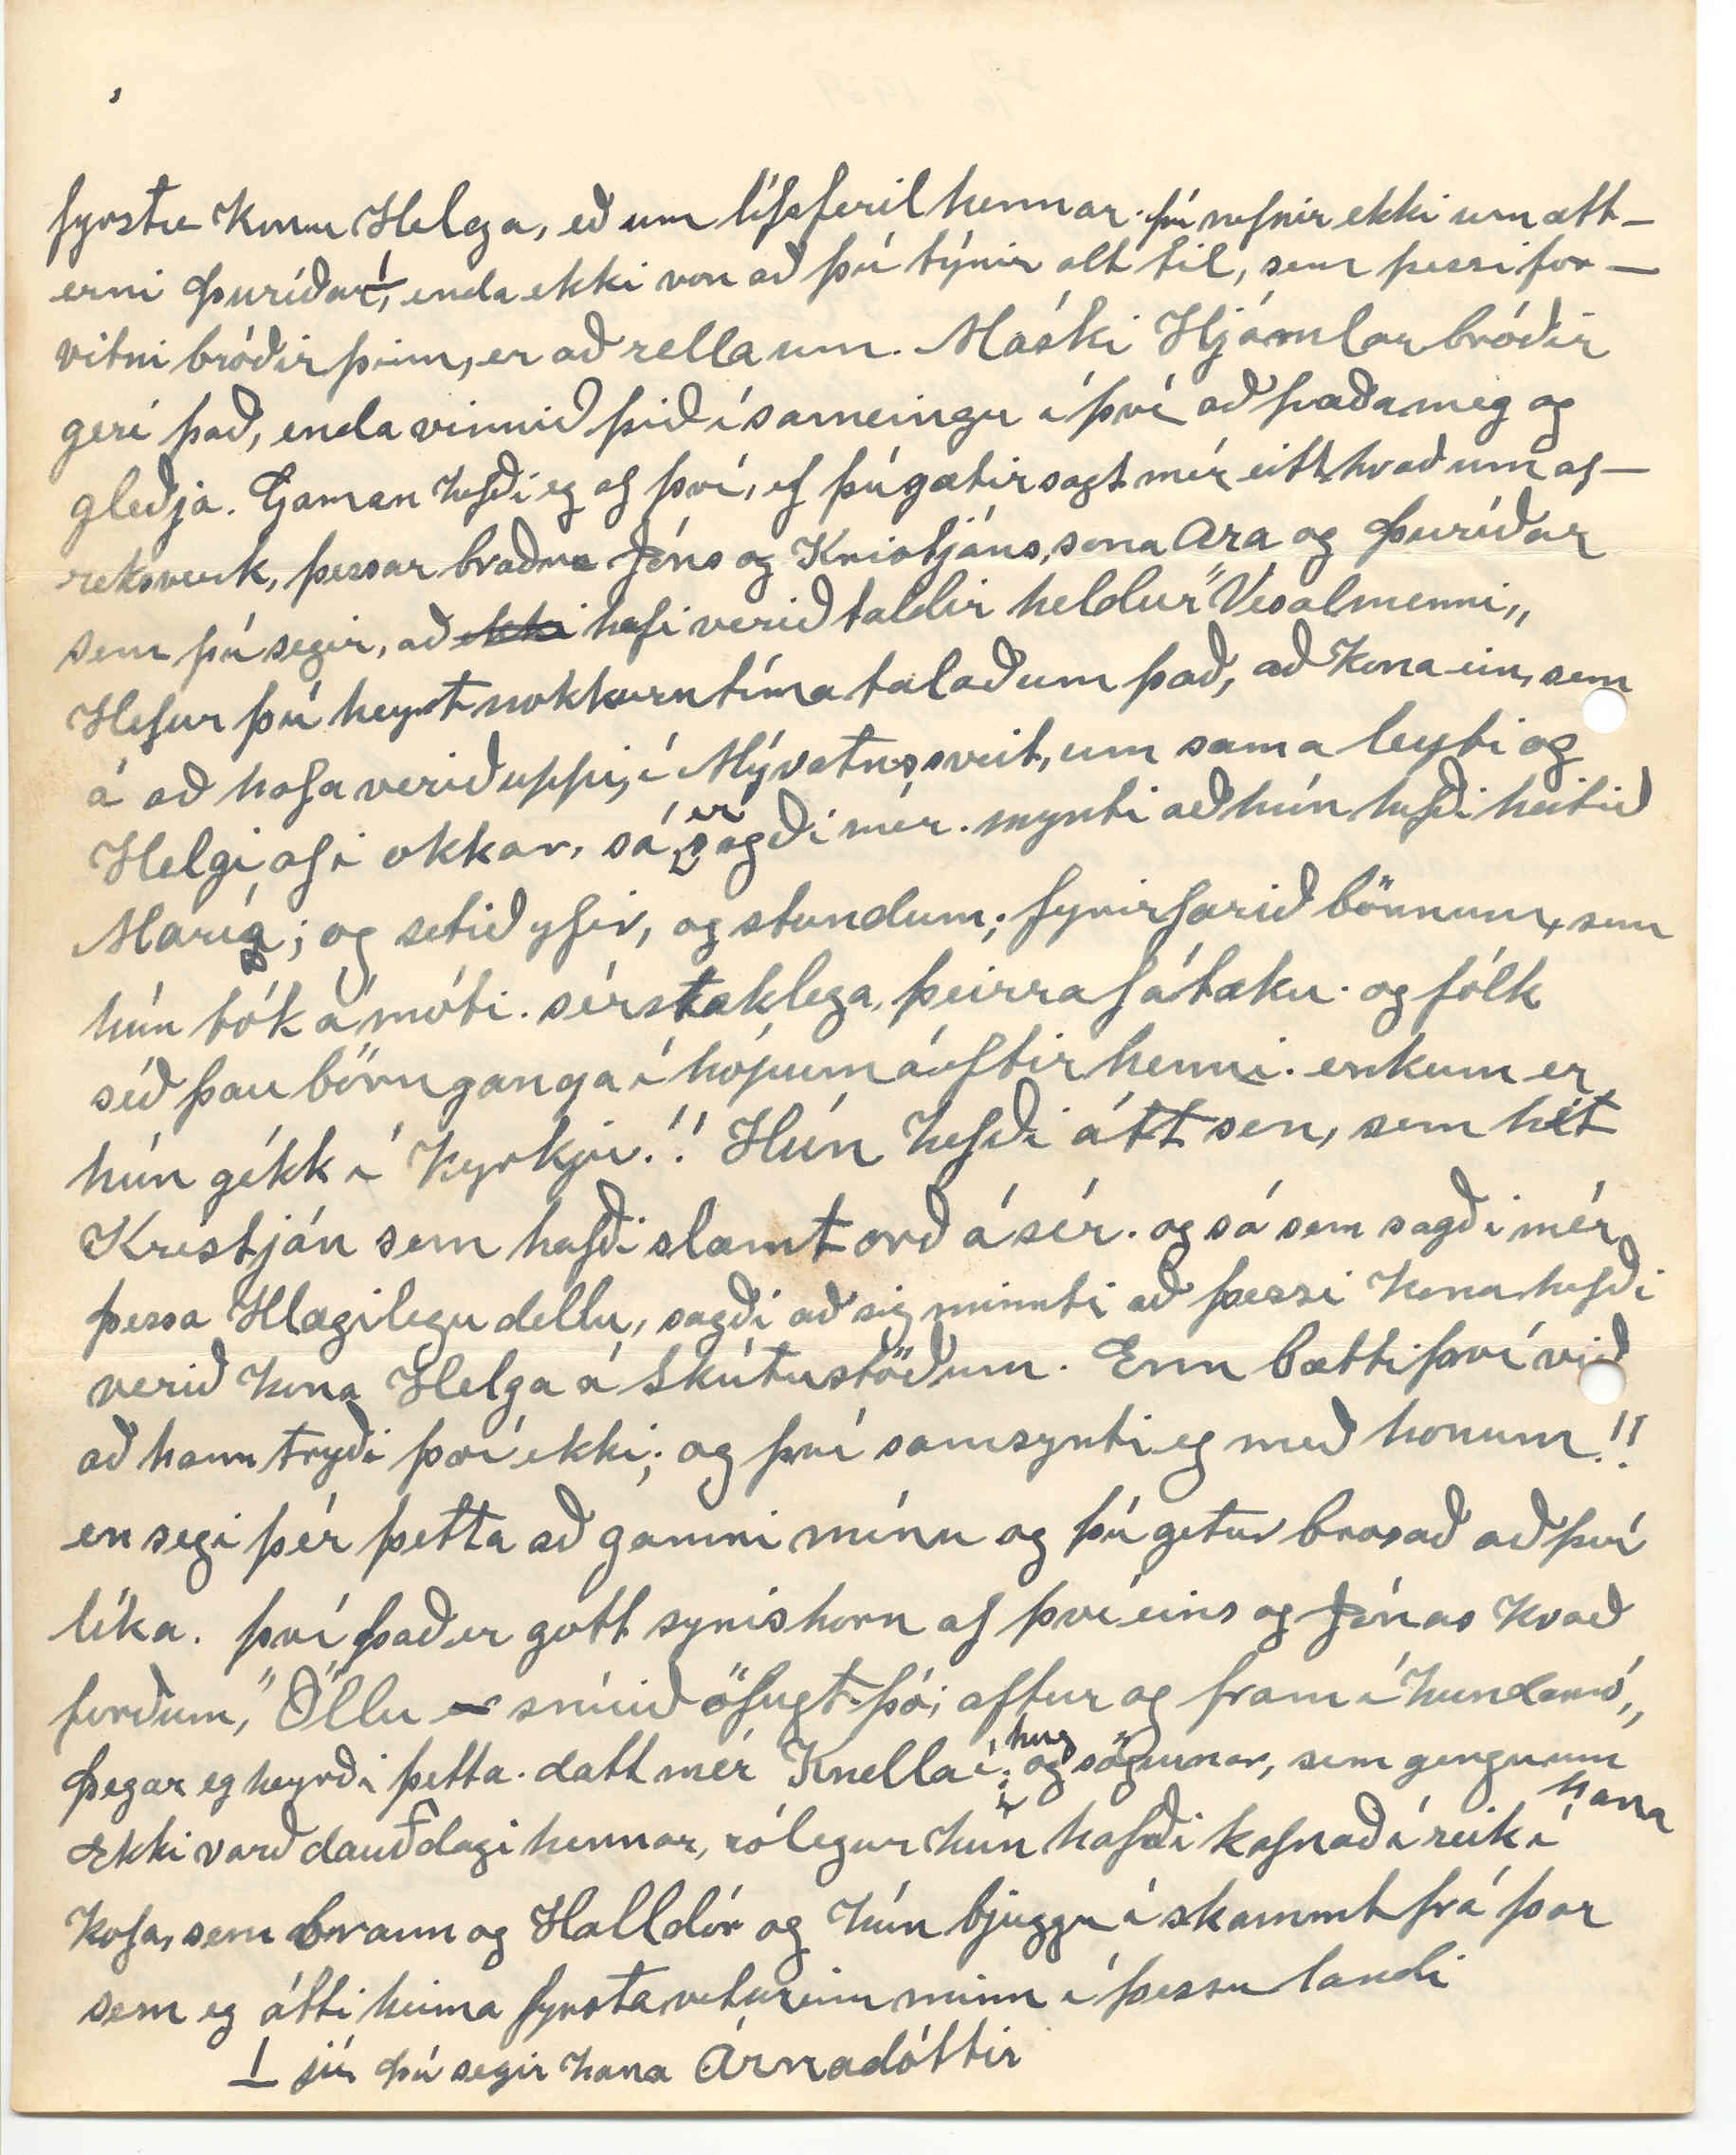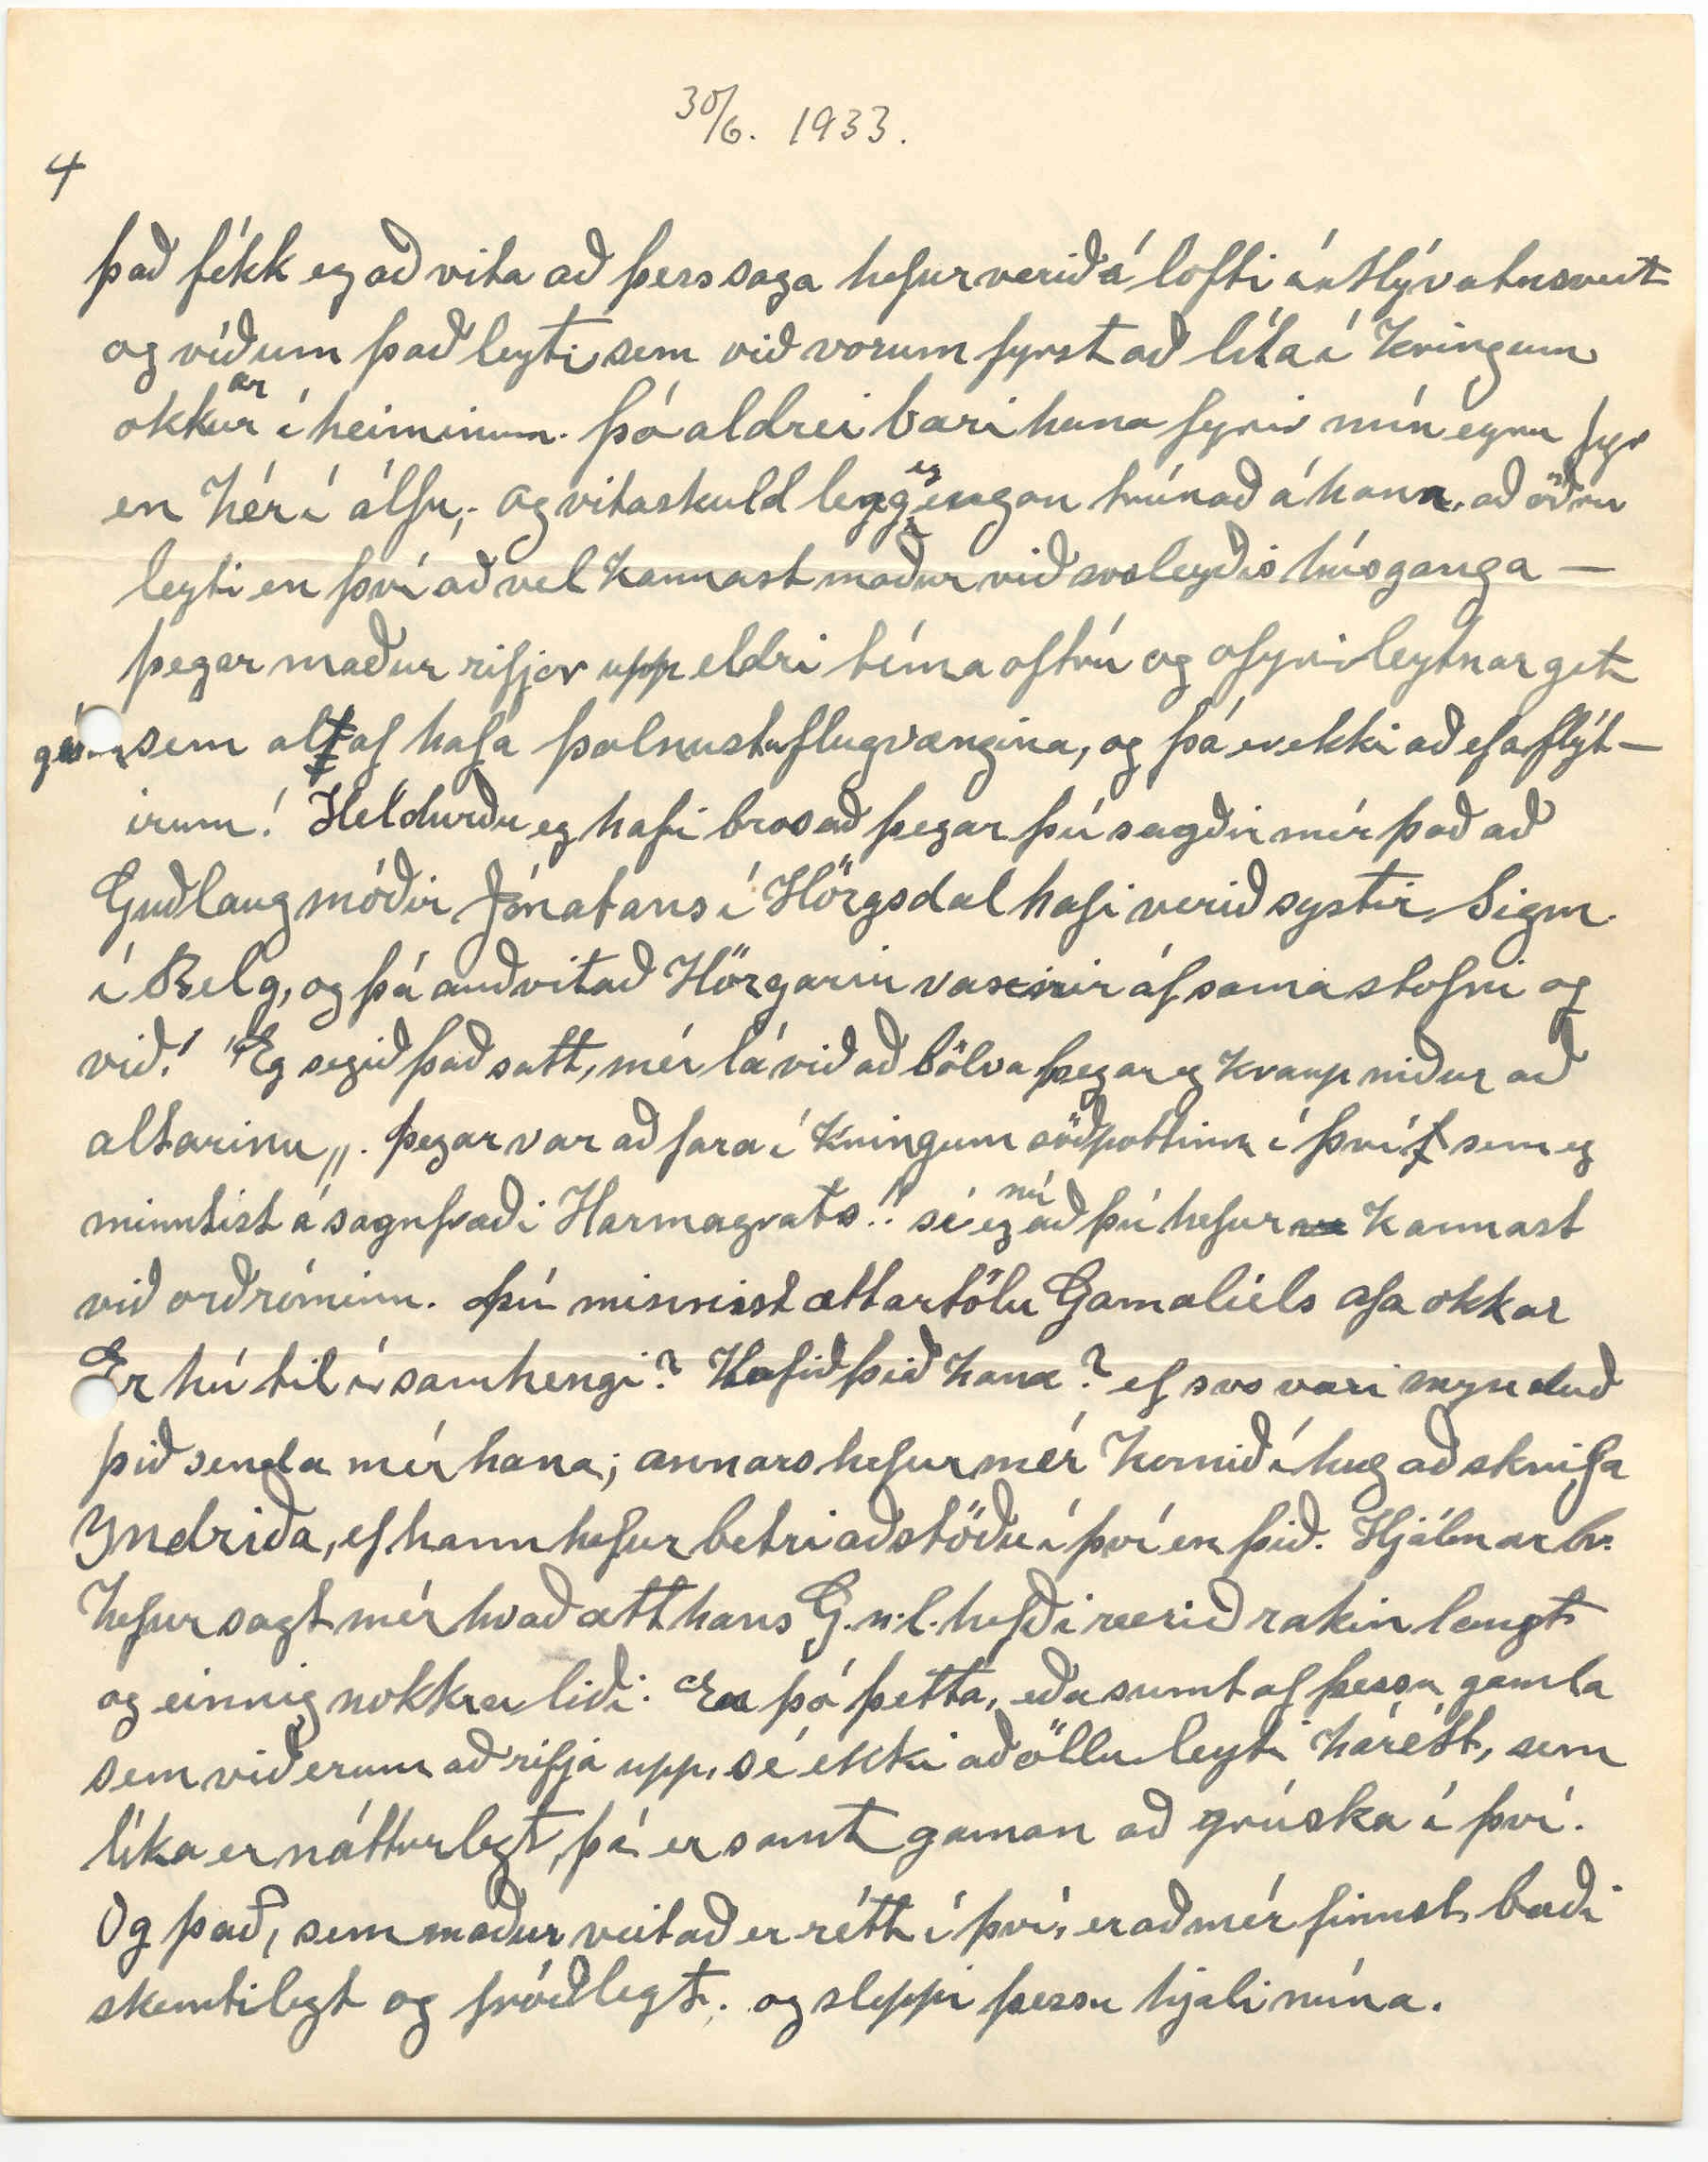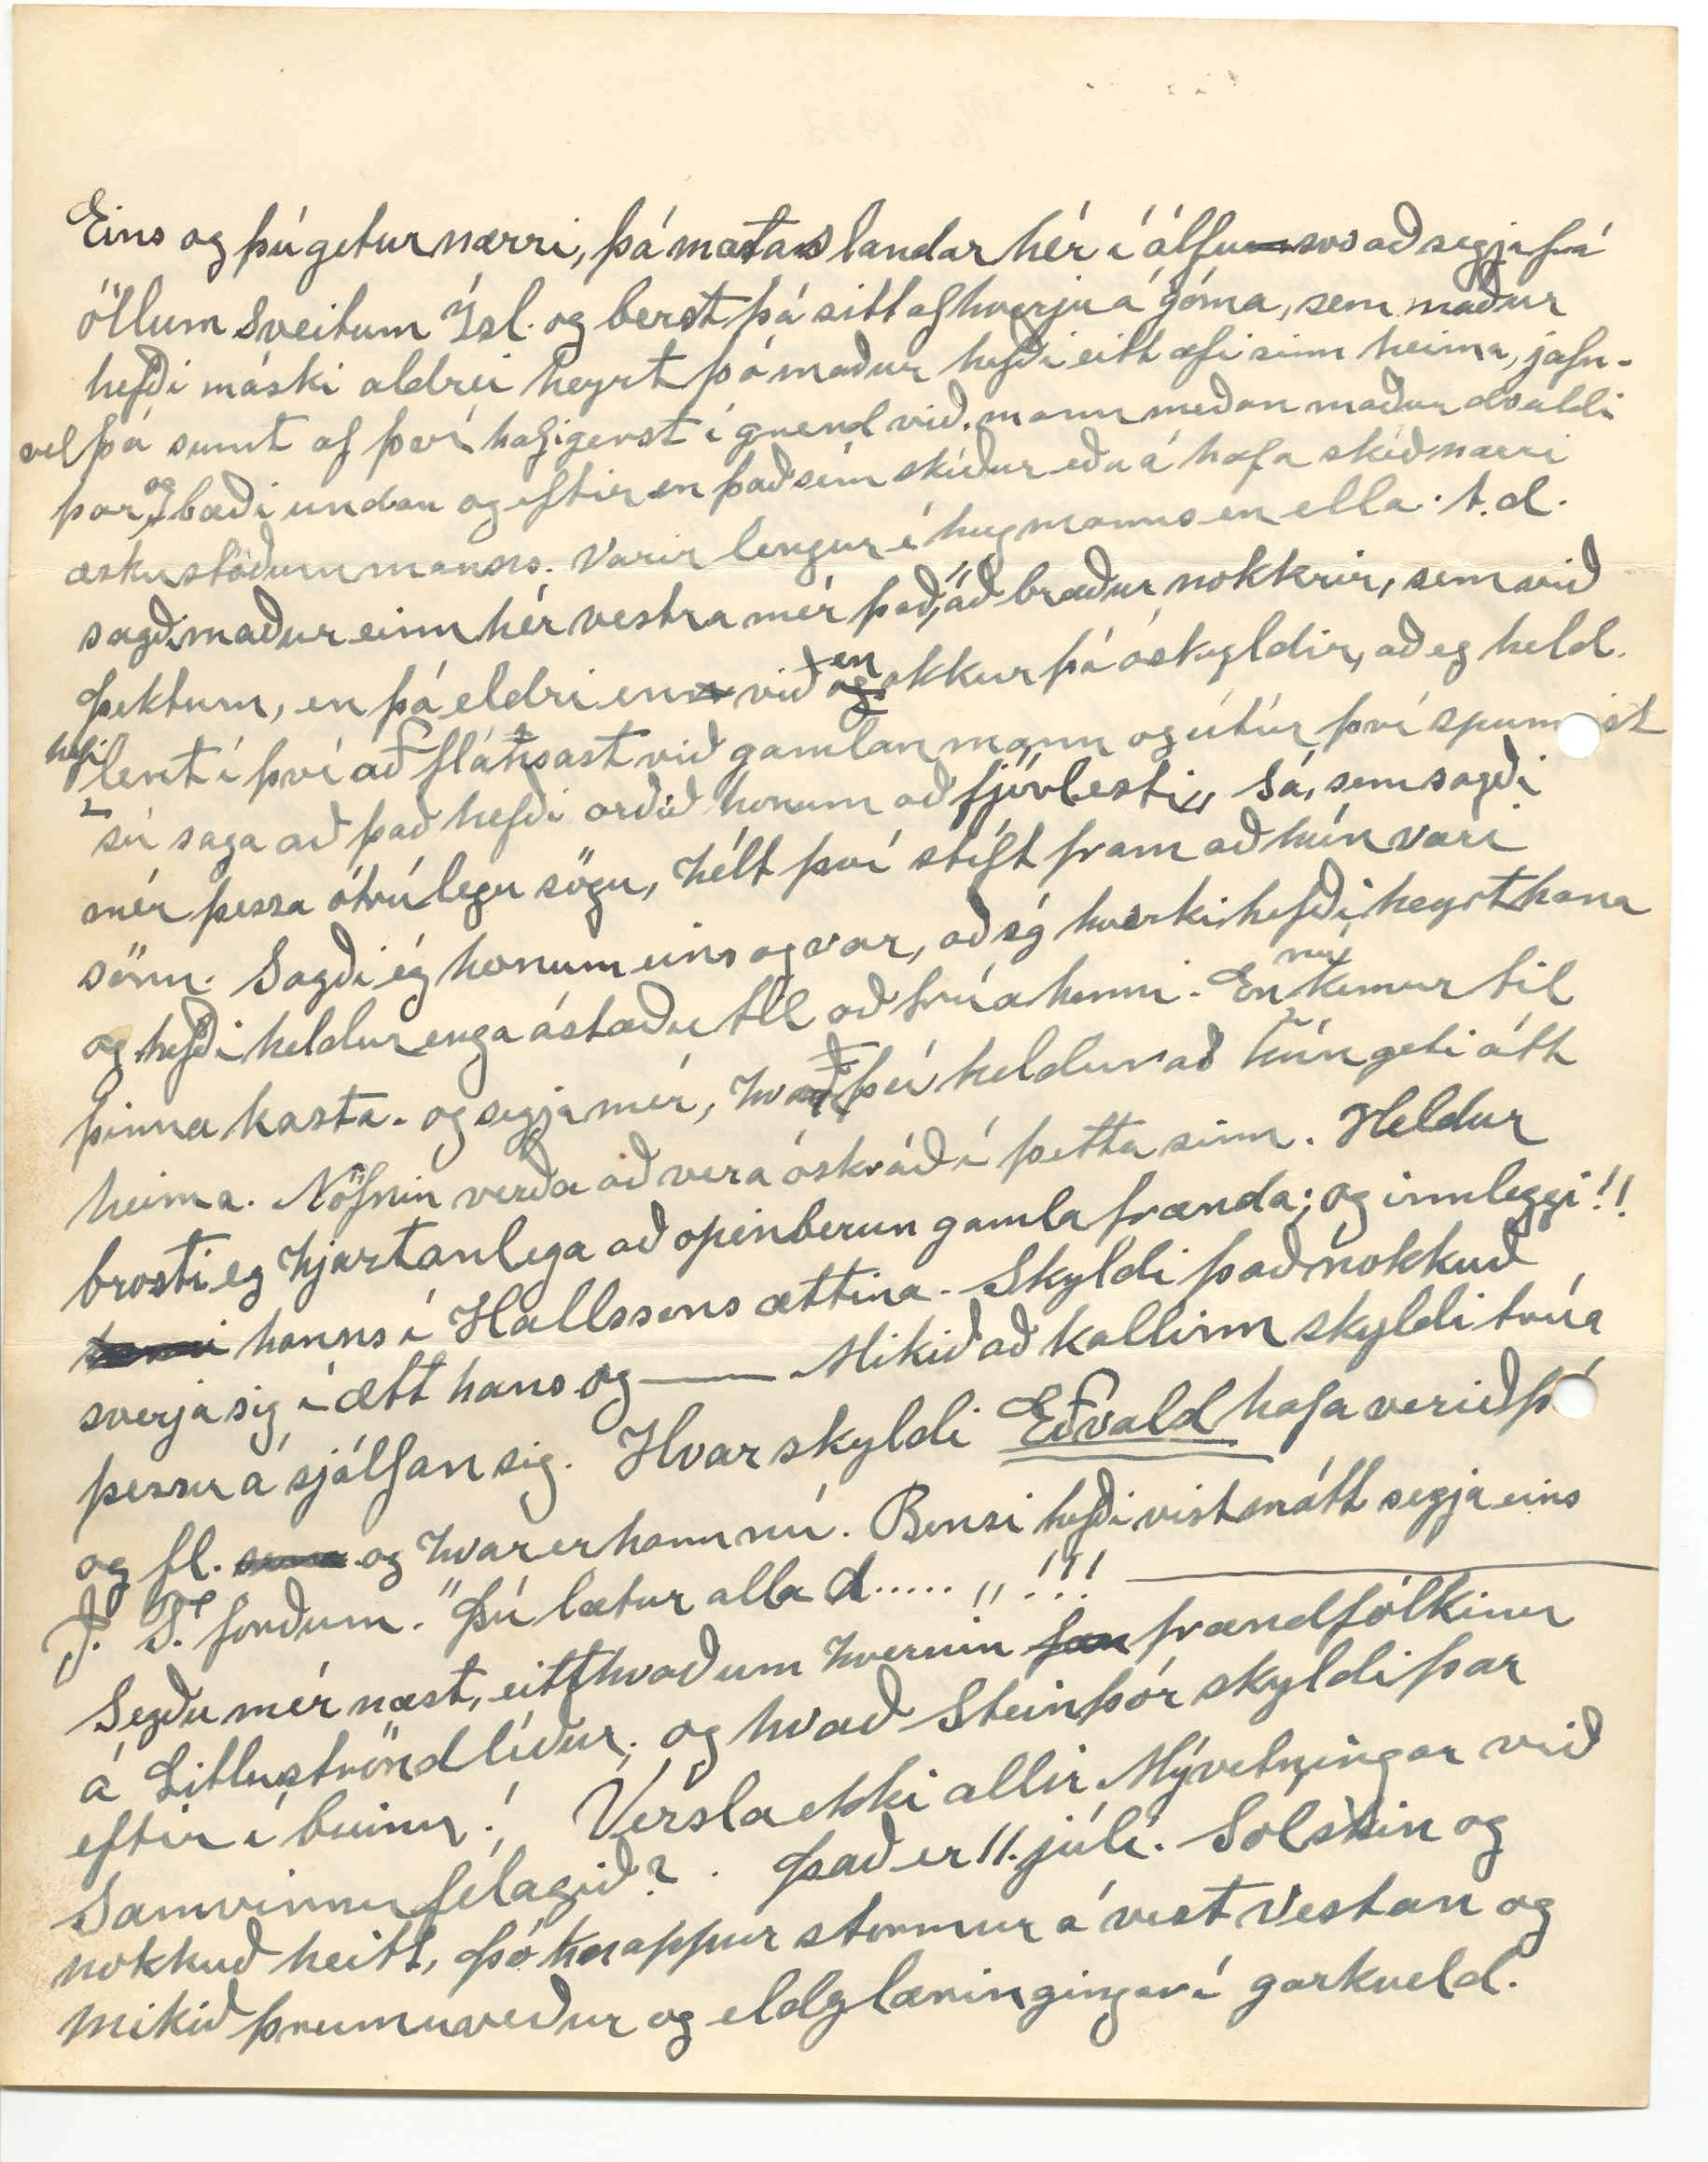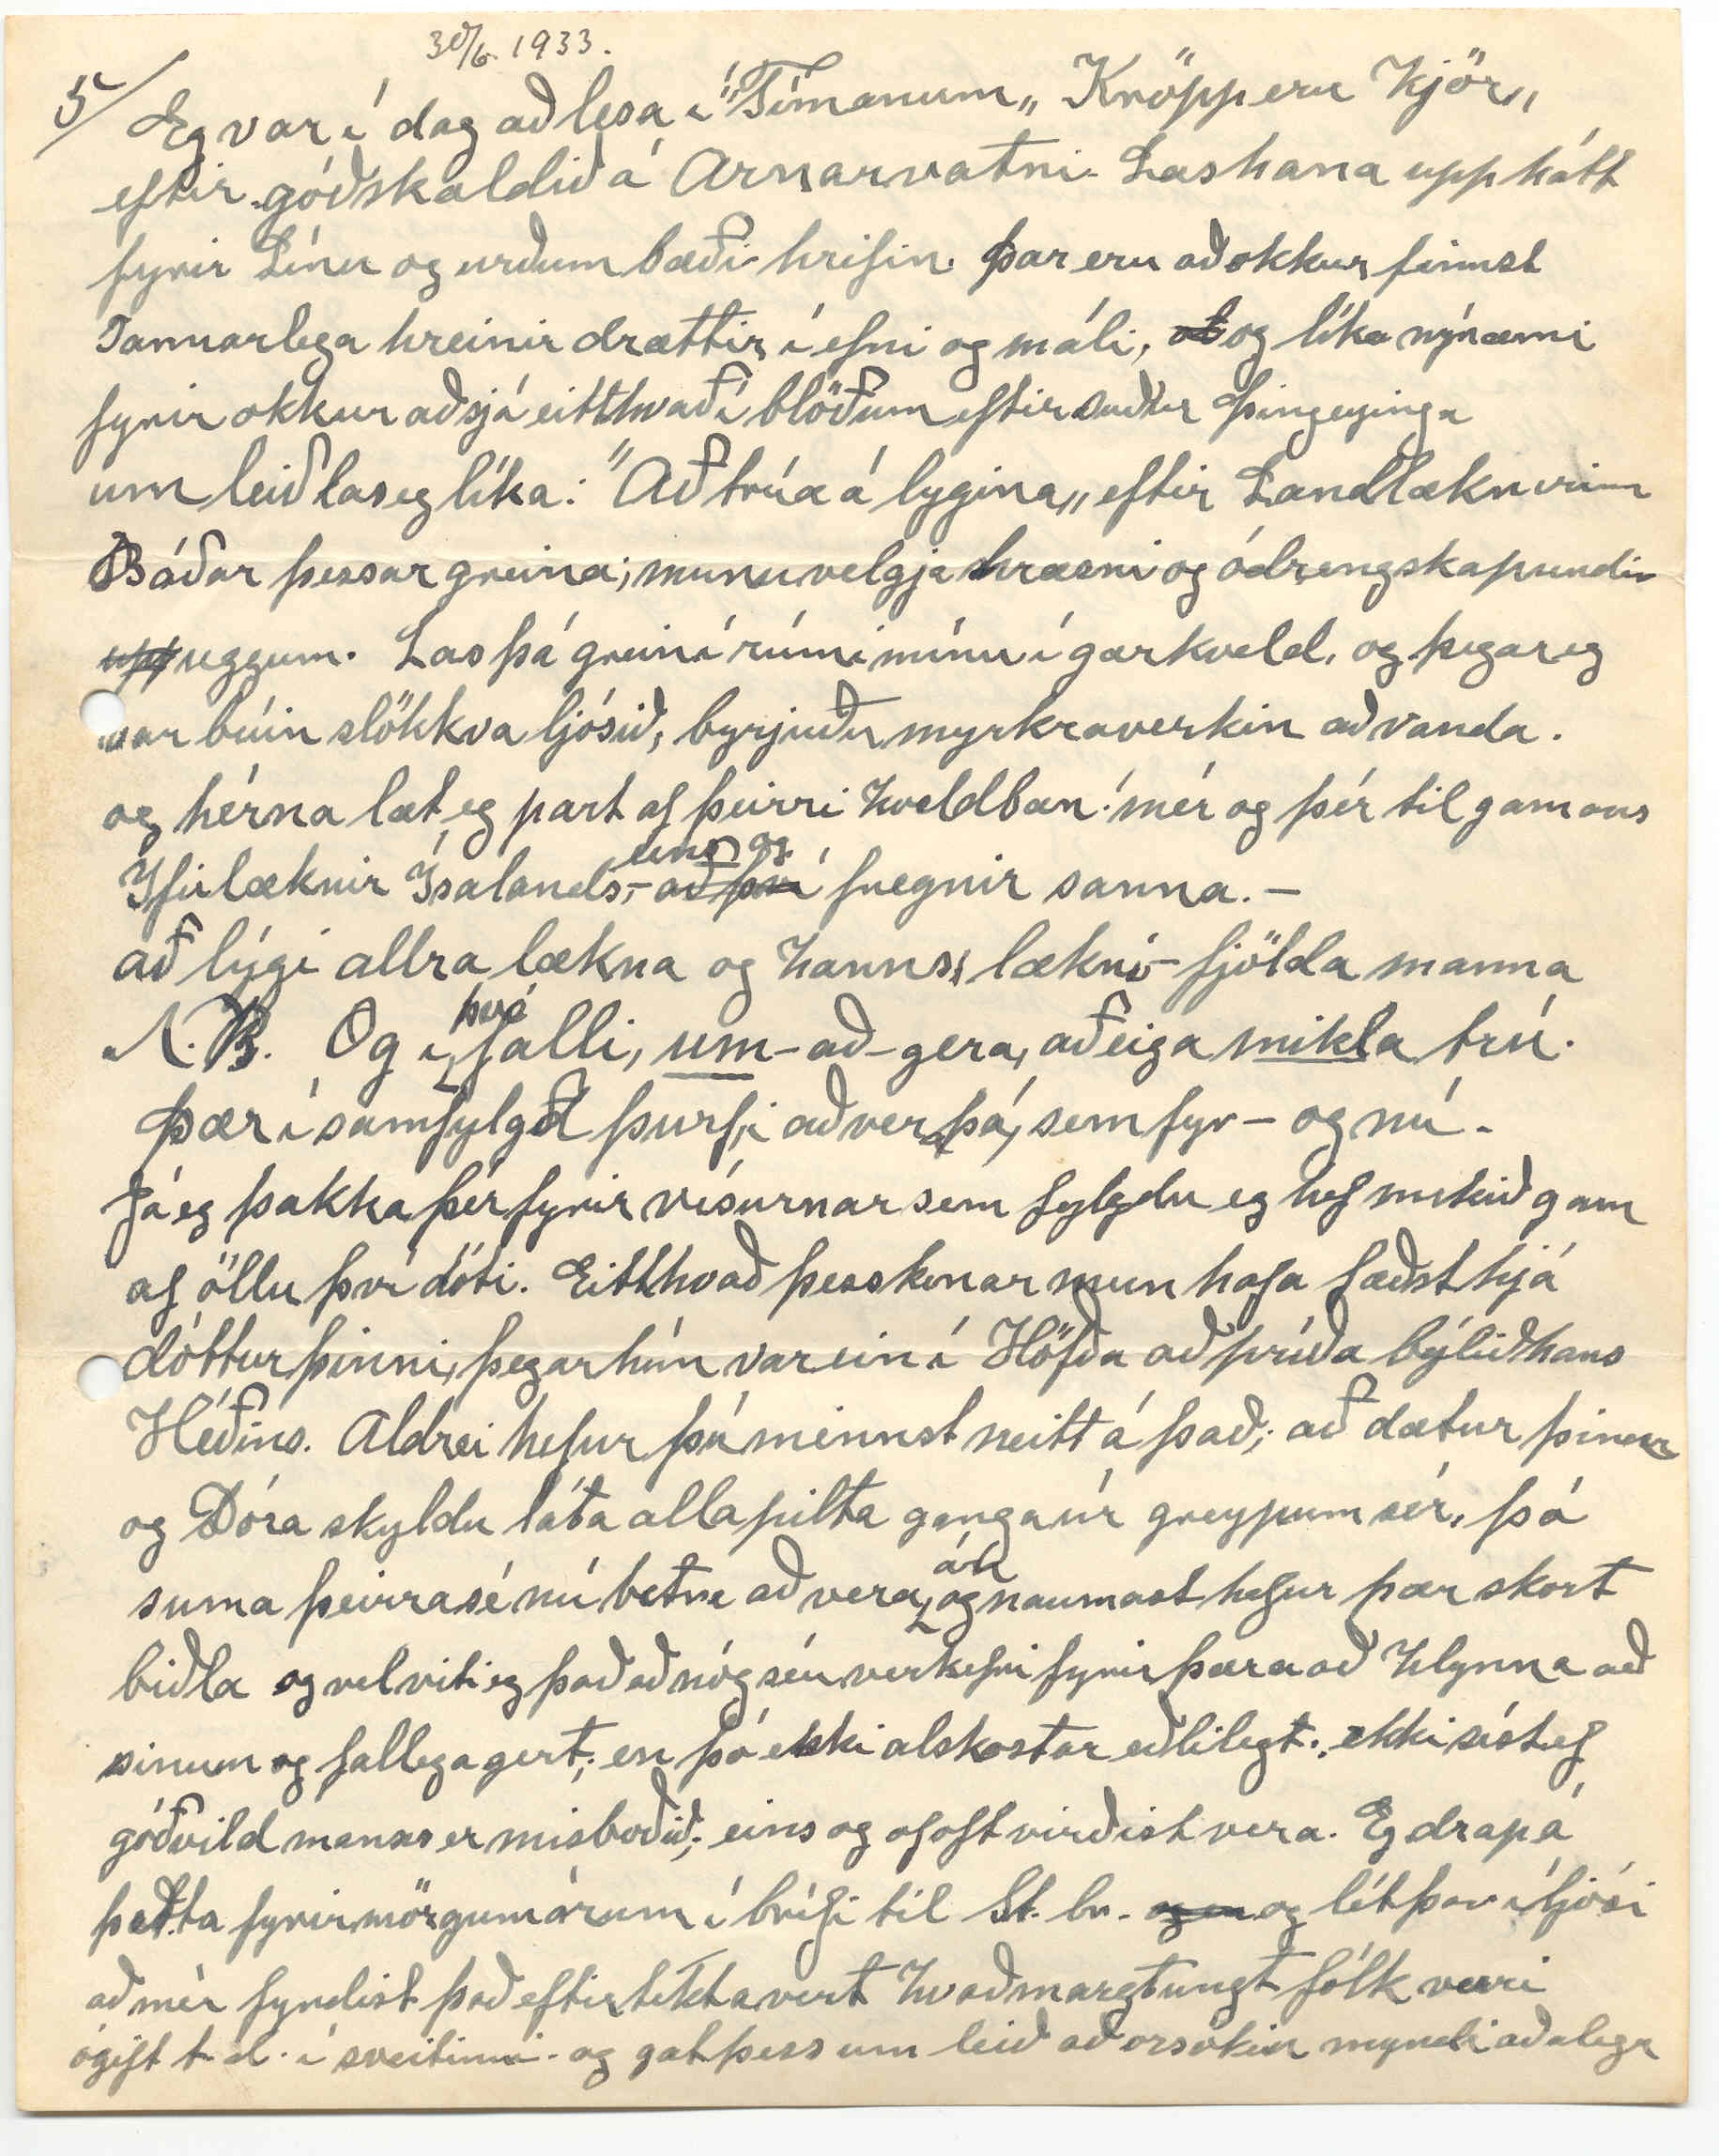

Box 30 Winnipegosis Man
Júní 30. -33.
Hjartkæra systin mín: Guðbjörg!
Þó skamt sé nú síðan eg settist á skákina hjá þér: - andlega talað þá
þ
er eg nú að gera mig heimakominn enn á ný, þó það máski verði nú lítið annað erindi en láta þig vita
upp
um bestu skil á bréfinu þínu, sem þú hefur verið að semja og senda um sama leyti og ég annað til þín, sem fór 18 maí s.l. eða 3
m
dögum síðar en þú byrjaðir á þínu, sem eg nú meðtók 28. þ.m. það var því nokkurskonar giftingarafmælisgjöf í þetta sinn skakkað bara um fáa kl. tíma.
48 ár.
og 24. fyrir ofan. hvað verður það samanlagt? því
þó
það er sæmileg upphæð og óþarfi að gera úr því margföldunardæmi!
Það bréf, sem eg sendi þér 18 maí hafði meðferðis 6 myndaspjöld og vona að þú sért nú búin að meðtaka það. í því myntist eg á myndirnar, sem
þú
eg hafði þá meðtekið frá þér ásamt bréfi þá komnu fyrir 4. dögum. minnist nú á þær aftur, meðfram af því, að í þessu nýtekna frá þér; lýsir þú svipnum á einu
al
andlitinu mjög líkt og gróf sig í meðvitund mína: - Eg eg. ”Er í vanda og vafa um það, að voga útá prikið„ n.l. ”Íhugunar-strikið„
Þú segir mér annars sitt af hverju í þessu bréfi, sem mér var alveg gleymt. t.d. það að séra B. í Múla hefði jarðsett föður okkar og Arnfríður var þar líka. það þótti
v00
mér vel til fallið. og mér
þt
þótti mjög vænt um að þú mundir að segja mér
þetta, úr því eg hafði glatað því því þó þesskonar varði máski ekki miklu. þá er þó altaf betra að vita rétt en hyggja rangt ágiskjun min hefur verið sú að séra J. Austmann hefði verið fenginn - en man að þá var prestlaust í sveitinni. En skyldum við muna
bæði
hver jarðsong
Já, sé það í bréfi þínu að þið mamma hafið ver þar báðar, en mér gleymt einsog fleira
Jón í Garði. Það finnst mér eg muna rétt, að var séra J. Ingjaldsson á Húsavík, og þegar eg minnist
þess
finnst mér það hálf undarlegt
að
því víst var hann talinn pokaprestur, og því ekki jafnoki í því. þeirra nafnanna í Múla og á Grenjaðarstöðum. Eg man eftin Jóni tengdaföður þínum; bara fyrir eitt atvik og hefur lifað í meðvitum minni, sem innilegur mannúðargeisli síðan. Eg var staddur inní fjóshlöðunni hanns föður okkar, sem hvað standa óhreyfð enn. hef víst verið tína saman seinustu töðuhárin
og
í henni. þá heyrði eg að einhver kallaði í dyrinum og eg kannaðist hvorki við manninn né málróm hans. þetta var Jón í Garði og kom færandi hendi. því hann velti mörgum pokum stærri og smærri innúr dyrunum harðtroðnum af töðu og
og
Bleikju, sem ylmar enn. Þetta var að mig minnir ekki meir enn 1-2 vikum áður enn við fluttum burt úr Haganesi og Jón dó á þeim fáu dögum. því þegar eg kom í Garð. var búið að flytja lík hans í gömlu kyrkjuna á Skutust; og beið þar greftunar lengi og þangað safnaðist fólkið útfarardaginn og þar heyrð eg
Jón prest
halda einhverja ræðu. þar sem eg stóð í horninu til vinsrti handar innúr dyrunu Sjálfsagt hefur þó aðalathöfnin farið fram í sjálfri kyrkjunni en ekkert man eg um það. En
var kalt
kalt var
Orðaröð breytt með uppskrifuðum tölustöfum.
þann dag þó kominn væri júní. Stormur og kalsarigning.
5 júlí- já elsku systir. þó sumar þessar gömlu minningar okkar séu
sumar
blandaðar sársauka, og manni finnist þær undarlega áleitnar. Skyldi það ekki vera af því að maður sé að verða barn í annað sinn. sviðans galt minna um miðbik æfinnar meðann lifsbardaginn stóð hæst; munurinn sá; - að nú
að
skoðar maður minningar sínar í anda lífsreynslunnar og ekki nema holt að nota þær til að bræða klakann, sem baráttan brynjaði mann með. Þó erfitt verði manni stundum
að
skilja þá nauðsýn, að ganga í þeim klakakubl. Einusinni sem oftar, þegar eg var að virða fyrir mér
síðustu kveðjur.
og hvernin henni móður okkar og mér og ykkur systkynum mínum hafi þá verið innanbrjósts. og þegar
eg
hugsa um alla þá ylstrauma
sem
þið hafið beint að mér fyrr og síðar. þá muni klakastakkur minn
hafa
verið ærið þykkur. Eg bið þig fyrirgefa mér að eg brúka þetta kalda orð, er eg ávarpa þig; svo viðkvæm og hlýja sál; og ekki bróðurlegt, því ekki
hefur
þú dregið þig í hlé að
að komast
komast að
Orðaröð breytt með uppskrifuðum tölustöfum.
innri ylnum, enda aukið hann að mun og hjalpað mér að finna fleiri sólskinsbletti en ella; og þó eg hagi þannig orðum, er það ekki á kosnað þeirra, sem fylt hafa þann flokk með þér. En þó brynjan sé nú til og frá farin að gefa sig
þá
og margt innanundir leyti útgöngu; þá verður að vísa mörg til baka og annaðhvort ”brenna það eða ”breyða yfir það hráu húðina„ Aldrei
t
fyr hafði eg heyrt um þessi umæli og ósk föður okkar í banalegunni; og álakanlegt að ekki var hægt að gera til
raun að hún yrði uppfylt. Nei; það hefði komið í bága við ráðmennsku sumra ”höfuðpresta„. já fatæktin var eflaust mikil, og 3 ómagar, undanskil þar þig og mig; og skrifað stendur það í einu bréfi til mín að fasteign föður okkar 1/4 jarðarinnar hafi verið skuldlaus og aðrar skuldir mjög litlar.„ En
svo
þýðir ekki að vera að fást um það nú. en þó vildi eg þú segðir mér meira um þetta. Enkum hvað bróður okkar hafi vaxið í augum. og hvaða utanað áhrifum var beitt við hann. því ekki get eg sætt mig við það að þeirri ”klæðaskipting„ hafi ollað fátækt eintóm, þó vitanlega hafi verið talin aðalástæðan, og mér finnst óhugsandi að br. hafi ekki látið fleira en
það
uppi við þig, úr því hann
hre
hreyfdi því
við þig
á annað borð, þó vel geti eg sett mig í spor hans; Þegar eg virði fyrir
mér
sitt af hverju sem eg man um hugsunarhátt. þeirra tíma. þó varlega ætli maður að lasta hann, því lítið sýnist sú fylking hafa fækkað enn. ”sem útsigur ekkjur og föðurleysingja„ Og ekki er eg í miklum vafa um það, að hefði bróðir árætt að ”róa þar í fátæktinni„ að
ham
hefði með tímanum getað orðið eigandi að Haganesi öllu ekki síður en Neslöndum. annar eins elju og dugnaðmaður, og hann reyndist um æfina. og vist hygg eg að móður okkar hefði orðir sú ráðstöfun geðfeldari en að vera undir aðra gefinn sem vinnuhjú (þó systkyni hennar ætti í hlut.) eins og
hún
varð að gera í 8/ ár áður enn
hún
fluttist með þér í Garð 82.
Eg veit eg orðin óþarflega margorður
um orðin hlut. En veit þú virðir mér það til vorkunar
þegar þú athugar, hvað þessi orð föður okkar komu að mér óvörum þó fram borin fyrir rúmum 59 árum. En vel gét eg skilið það þó móðir okkar dyldi það, því valla
hefu
hafa þau horfið úr hug hennar. e
g
n óttast að við systkyni bróður okkar legðum fæð á hann; og orsakað syfjaslit? en nú erum við ”eldri en tvævetur„ og ættum því að geta yfirvegað atburði lífsins með meiri gætni
nú
. Og þakklæti mitt til þín, sendi eg
þ
í fullum mælir fyrir að dylja það ekki lengur; fyrir
mér;
Þar, sem þú minnist afa gamla og akomendur hans, og vonskan í karlinum
sem
hefur farið með hann í gönur. Þegar hann var að hefna sín á kerlingu sinni fyrir brixlyrðin um ”seinlætið„ Þar kemur þú
líka
með nafnið á fyrstu konu hans, sem eg var búin að gleyma, og fleira; sem rak mig á rassinn. svo eg hló á setunum eins og ekkert hefði ískorist. og vel ánægður með úrskurð þinn. Enda þegar eg hef verið að minnast á ymislegt í bréfum, sem eg finn eg er ekki vel viss á læt eg það fjúka. þvi
eg
veit að þú og þið leiðréttið það, og það gerir mig ánægðan. Eg stóð í þeirri meining að; að eldri börn Helga hefðu öll verið eftir fyrstu konu hans,
n.l. þar
en ekki neitt komist til aldur a
ð
f þeim, er hann átti með miðkonum, sem mig minnir að mamma segði mér að hefðu verið 2 eð 3. og daið ung. en ég var mjög ungur þá. og ruglast í kollinum á mér Leiðinlegt er það, að enginn skuli vita neitt um ætt Krístinar
fyrstu konu Helga, eð um lífsferil hennar. Þú nefnir ekki um ætterni Þuríðar
jú Þú segir hana Árnadóttir
, enda ekki von að þú týnir alt til, sem þessi forvitni bróðir þinn, er að rella um. Máski Hjámlar bróðir geri það, enda vinnið þið í sameingu í því að fræða mig og gleðja. Gaman hefði eg af því, ef þú gætir sagt mér eitthvað um afreksverk, þessar bræðra Jóns og Kristjáns, sona Ara og Þuríðar sem þú segir, að
ekki
hafi verið taldir heldur ”Vesalmenni„ Hefur þú heyrt nokkurn tíma talað um það, að kona ein, sem á að hafa verið uppi, í Mývatnssveit, um sama leyti og Helgi afi okkar, sá
er
sagði mér. mynti að hún hefði heitið María; og setið yfir, og stundum; fyrirfarið börnum, sem hún tók á móti. sérstaklega þeirra fátæku. og fólk séð þau börn ganga í hópum á eftir henni. enkum er hún gékk í kyrkju!! Hún hefði átt son, sem hét Kristján sem hafði slæmt orð á sér. og sá sem sagði mér Þessa Hlægilegu dellu, sagði að sig minnti að þessi kona hefði verið kona Helga á Skútustöðum. Enn bætti því við að hann tryði því ekki; og því samsynti eg með honum!! en segi þér þetta að gamni mínu og þú getur brosað að því líka. því það er gott synishorn af því eins og Jónas kvað forðum, ”Öllu
er
snúið öfugt þó; aftur og fram í
hundaró
„ Þegar eg heyrði þetta datt mér Knella í
hug
og sögurnar, sem gengu um
hana
Ekki varð dauðdagi hennar, rólegur hún hafði kafnað í reik í kofa, sem brann og Halldór og hún bjuggu í skammt frá þar sem eg átti heima fyrsta veturinn minn í þessu landi
það fékk eg að vita að þess saga hefur verið á lofti í Mývatnsveit og víð
ar
um það leyti sem við vorum fyrst að líta í kringum okkur í heiminum. þó aldrei bæri hana fyrir mín eyru fyr en hér í álfu; og vitaskuld legg
eg
engan trúnað á hana, að öðru leyti en því að vel kannast maður við svoleyðis húsganga - þegar maður rifjar upp eldri tíma oftrú og ofyrirleytnar
getgátur
sem altaf hafa þolnustu flugvængina, og þá er ekki að efa flýtirinn! Heldurðu eg hafi brosað þegar þú sagðir mér það að Guðlaug móðir Jónatans í Hörgsdal hafi verið systir Sigm. í Belg, og þá auðvitað Hörgarir vaxnir áf sama stofni og við! ”Eg segið það satt, mér lá við að bölva þegar eg kraup niður að altarinu„. Þegar var að fara í kringum söðpottinn í því
f
sem eg minntist á sagnfræði Harmagrats!! sé eg
nú
að þú hefur
v
kannast við orðróminn. Þú minnist ættartölu Gamalíels afa okkar Er hú til í samhengi? Hafið þið hana? ef svo væri mynduð þið senda mér hana; annars hefur mér komið í hug að skrifa Indriða, ef hann hefur betri aðstöðu í því en þið. Hjálmar br. hefur sagt mér hvað ætt hans G. n.l. hefði verið rakin langt og einnig nokkra liði. En þó þetta, eða sumt af þessu gamla sem við erum að rifja upp, sé ekki að öllu leyti hárétt, sem líka er nátturlegt, þá er samt gaman að grúska í því. Og það, sem maður veit að er rétt í því, er að mér finnst bæði skemtilegt og fróðlegt. og sleppi þessu hjali núna.
Eins og þú getur nærri, þá mætas landar hér í álfu svo að segja frá öllum sveitum Ísl. og berst þá sitt af hverju á góma, sem maður hefði máski aldrei heyrt þó maður hefði eitt æfi sinn heima, jafnvel þó sumt af því hafi gerst í grend við mann meðan maður dvaldi þar,
og
bæði undan og eftir en það sém skéður eða á hafa skéð nærri æskistöðum manns. Varir lengur í hug manns en ella. t.d. sagði maður einn hér vestra mér það, ”að bræður nokkrir, sem við Þektum, en þó eldri en
n
við
og
en okkur þó óskyldir, að eg held.
hafi
lent í því að flánsast við gamlan mann og útúr því spunnist sú saga að það hefði orðið honum að fjörlesti„ Sá, sem sagði mér þessa ótrúlegu sögu, hélt því stíft fram að hún væri sönn. Sagði ég honum eins og var, að ég hvorki hefði heyrt hana og hefði heldur enga ástæðu til að trúa henni. En
nú
kemur til þinna kasta. og segja mér, hva
ð
r þú heldur að hún geti átt heima. Nöfnin verða að vera óskráð í þetta sinn. Heldur brosti eg hjartanlega að opinberun gamla frænda; og innleggi!!
h000i
hanns í Hallssons ættina. Skyldi það nokkuð sverja sig í ætt hans og - Mikið að kallinn skyldi trúa þessu á sjálfan sig. Hvar skyldi
Eðvald
hafa verið þá og fl.
sem
og hvar er hann nú. Bensi hefði vist mátt segja eins J. T. forðum. ”Þú lætur alla d.....„!!!
Segðu mér næst, eitthvað um hvernin
fæn
frændfólkinu á Litluströnd líður; og hvað Steinþór skyldi þar eftir í buinu! Versla ekki allir Mývetningar við Samvinnufélagið? Það er 11. júlí. Sólskin og nokkuð heitt, Þó knappur stormur á vestvestan og mikið þrumuveður og eldglæringingar í gærkveld.
Eg var í dag að lesa í ”Tímanum„ Kröpp eru kjör„ eftir góðskáldið á Arnarvatni. Las hana upphátt fyrir Línu og urðum bæði hrifin. Þar eru að okkur finnst sannarlega hreinir drættir í efni og máli,
al
og líka nýnæmi fyrir okkur að sjá eitthvað í blöðum eftir suður Þingeyinga um leið las eg líka: ”Að trúa á lygina„ eftir Landlæknirinn Báðar þessar greina; munu velgja hræsni og ódrengskap undir
upp
uggum. Las þá grein í rúmi mínu í gærkveld, og þegar eg var búin slökkva ljósið, byrjuðu myrkraverkin að vanda. og hérna læt eg part af þeirri kveldbæn! mér og þér til gamans
Yfirlæknir Ísalands,
að því
eins og fregnir sanna.-
að lýgi allra lækna og hanns, lækni - fjölda manna
N.B. Og í
því
falli,
um
-að-gera, að eiga
mikla
trú.
Þær í samfylgd þurfi að vera þá, sem fyr - og nú.
Já eg þakka þér fyrir vísurnar sem fylgdu eg hef mikið gam af öllu því dóti. Eitthvað þess konar mun hafa fæðst hjá dóttur þinni, þegar hún var ein í Höfða að príða býlið hans Héðins. Aldrei hefur þú minnst neitt á það; að dætur þinar og Dóra skyldu láta alla pilta ganga úr greypum sér, þó suma þeirra sé nú betra að vera
án
og naumast hefur þær skort biðla og vel viti eg það að nóg séu verkefni fyrir þæra að hlynna að sinum og fallega gert; en þó ekki alskostar eðlilegt. ekki sést ef góðvild manns er misboðið; eins og of oft virðist vera. Eg drap á þetta fyrir mörgum árum í bréfi til St. br.
og en
og lét þar í ljósi að mér fyndist það eftirtektavert hvað margt ungt fólk væri ógift t.d. í sveitinni. og gat þess um leið að orsökin myndi aðalega
sú hvað þröngbýli væri þar mikið; og því lítið ölnbogarúm og ást til æskustöðvanna einnig, sem hamlaði því að leita utar og víðar; en hann nefndi þessi umæli mín aldrei og máski rétt, því þetta er vitanlega enkamál hvers eins, og ekki heldur nein áskorun frá mér; heldur baðstofuhjal milli mín og þín. Síðan eg skrifaði þér síðast hefur enginn breyting orðið á högum okkar frændaliðinu hér. Nú á annan mánuð hafa skipst hér á ofsahitar og þrumuveður og stórrignar mikið meiri undanfarin ár og flugur með meira móti eins ætíð í þesskonar veðurlagi. En grassprett ágæt en ekki þó byrjaður heyskapur vegna óstöðugrar tíðar. Það Nýdáin hér íslensk kona rúmleg sjötug, var hér nágranni okkar í mörg ár og okkur hugþekk af viðkynning. Hún hét Guðbjörg Eyríksdóttir Hún og maður hennar eru á sömu opnu og við Lína í Landnámþáttunum. Maður henn lifir enn rúmlega áttræður og blindur um mörg
ár
Hún heimsótti okkur vanalega einusinni á ári eftir að þau settust að í bænum; og höfðum þá
ofast
optast miklar samræður; enda var hún skarpskinug og hreinmælt; ekki var hún kunnug um ætt sína, en var svo nauðalík í andliti og ymsum svipbrigðum Jóni Hinnrikssyni, að hann kom altaf í hug minn er við sáumst, en hún vissi skammt til baka í ætt sinni og eg enn skemra með ætt hans. Það er sonur þessara hjóna, sem hefur verið hér stundum í kvonfangserindum; og útlit fyrir árangur, þó
óh0pt
sé bandið ennþá. Hann heitir Guðmundur. Kristín Þorsteinsdóttir sendi mér ”nýlega vísuna suður-sveit, sem hún segir að fundist hafi eitt sinn á Álptavog. og könnumst við við þær, samt var eg buin að gleyma þeim flestum en
hún
skrifaði þær eftir minni sínu en mundi ekki
Apt
Alptagerðisvísur 2 að hana minnir um Sigurgeir Þorláksson, og ein um Kristján föðurbróðir sjálfsagt kann Dóra frænka þær. og þætti mér gaman að fá þær og ef þið munið þær ekki
hinar
þá
gætt
skyldi eg senda þær
mig minnir þær væru eignaðar Kristbjörgu ekkju Jóns á Strönd,
sem
hann var víst dáin áður en við mundum eftir okkur. Þær eru nú ekki efnisríkar en þó gaman að rifja þær upp. Ekki hef eg séð þetta 111.
ta
hefti a
ð
f ”Stuðlamálum„ Þú og þið Hjálmar megið alveg gera hvort þið viljið með að senda eitthvað af vísum mínum þangað. eða eitthvað annað. Sjálfum mér finnast þær svo, sem hvorki verri né betri en mart annað, sem maður sér oft prentað af bundnu og óbundnu léttmeti. ”Mart er sér til gamans gért„ aldrei höfum
við
haft ”Telifón„ né ”Radío„. Börnin okkar hafa stundum verið hugsa um ”Radío„ enn eg hef dregið úr því, nema þau gætu þá selt ”Grafofóninn„ Trúað gæti eg því að, fólki fyndist þetta ”Radió„ nokkuð kosnaðar samt í viðhaldi. Einstöku maður hefur fengið sér það
hér
en
þau
þegja tímunum saman því þeir hafa ekki við að kaupa ”Batteríin„, sem eru fæst af þeim búin til í því skyna að verða langlif. Ethel Brown. hún er að fara heim til foreldra sinna núna búin að
vera
hér hjá okkur síðan í janur og kemur máski aftur, ef Stjana heldur áfram að kenna. og mamma hennar getur mist hana. Eg held þeim líði vel, og eins
að
Aðalbjörgu. Það kom bréf frá henni í gær; Það er búið að ferma elstu börn þeirra Grace elst. og Robert Þórarinn, nú í vor. Annars eru börn okkar dálitið kyrkjulega sinnuð.
f
og
mega
má víst þakka það mömmu þeirra. Því karlinn; Þó hann sé að heita má hundheiðinn. Þá hefur hann ekkert bannað þeim eða beðið í því
til00
tiliti
Aðalbjörg segir að Nanna Tryggvadóttir, frá Litluvöllum, hafi nýlega verið flutt á tæringarhæli. Hún er gift kona og býr skamt frá dóttur okkar. Þú munt kannast við han.
15 júli og mál að slá botn í þessa botnleysu. Þó ætlaði eg að segja þér margt fleira. Í dag er sólskin og norðan andvari og ekki mjög heitt. Björn og Þorarinn Arnína og bóndi hennar og fleira ungt
þ0
fólk, er í bænum í dag við knattleik á
mott
móti íslendingum þar. og á trúi eg að heita nokkurskonar. íslendingadagur.
Við Lína og Stjana hér
ein
heima í dag. Og
s0n
komu hér í gærkveldi 2 drengir, sem segast ætla að fá að vera hér í kring í faeina daga og skemta sér í skólafríinu. Númi sonur Helgu okkar og jafnaldri hans ”Cleme
Bradly
Morris. Þeir hafa tjald og nesti og byttu og net, og segja ætla
að
veið
a
í það í það Gullaugi fyrir sig og okkur og fá svo mjólkur
sopp
sopa í staðinn. Eg spurði Núna hvort hann héldi nú að þeir myndu
nú
, sofa rólega fyrstu nóttina í tjaldinu? já hann var nú ekki ”banginn„ um það. En í morgun voru þeir komnir hér rétt áður en við komum á fætur, og voru kátir og brattir. og sögðust hafa sofið vel, já og borðuðum morgunverð kl. hálfimm, svo ekkert hefur orðið af morgundúrnum sagði
eg
hlægjandi. því eg veit
að
frænda þykir hann góður eins og mér Þegar eg var á hans reki, hann var 15 ára 28 mars s.l.
Það er nú ymislegt í þessu bréfi mínu, sem best væri að engin sæi nema þá bræður okkar. Því ekki vildi eg að það kæmist á gang að eg væri vekja upp gamla drauga hér og senda þá til Íslands
og eg
en ég veit nú samt, að þó segi þetta að þú hefur ”Saltarann„ til reiðu, þegar á þarf að halda.
Alt frændfólkið þitt sendir þér kveðju sína
Vertu sæl! hjarkæra systir! Þinn einl elsk
andi
br.
Þórarinn Stefánsson
P. S.
Bráð
um
kémur bréf, það dreymdi mig fyr 2
m
nóttum eg var að að synda á álunum komst uppí byttu og til lands sá uppí þorbjargarhólma. Þegar eg kom í land og inní eitt
hvert
hús, var Jakob Hálfdanarson þar fyrir. Fanst þetta framundan þar sem br. býr. Ekki sá eg hann. fannst þó einhver vera í ferð með mér
. Þ. S.